Bréfritari: Jóhannes Halldórsson
Dagsetning: A-1878-02-04
Skrifað á: Vesturheimi

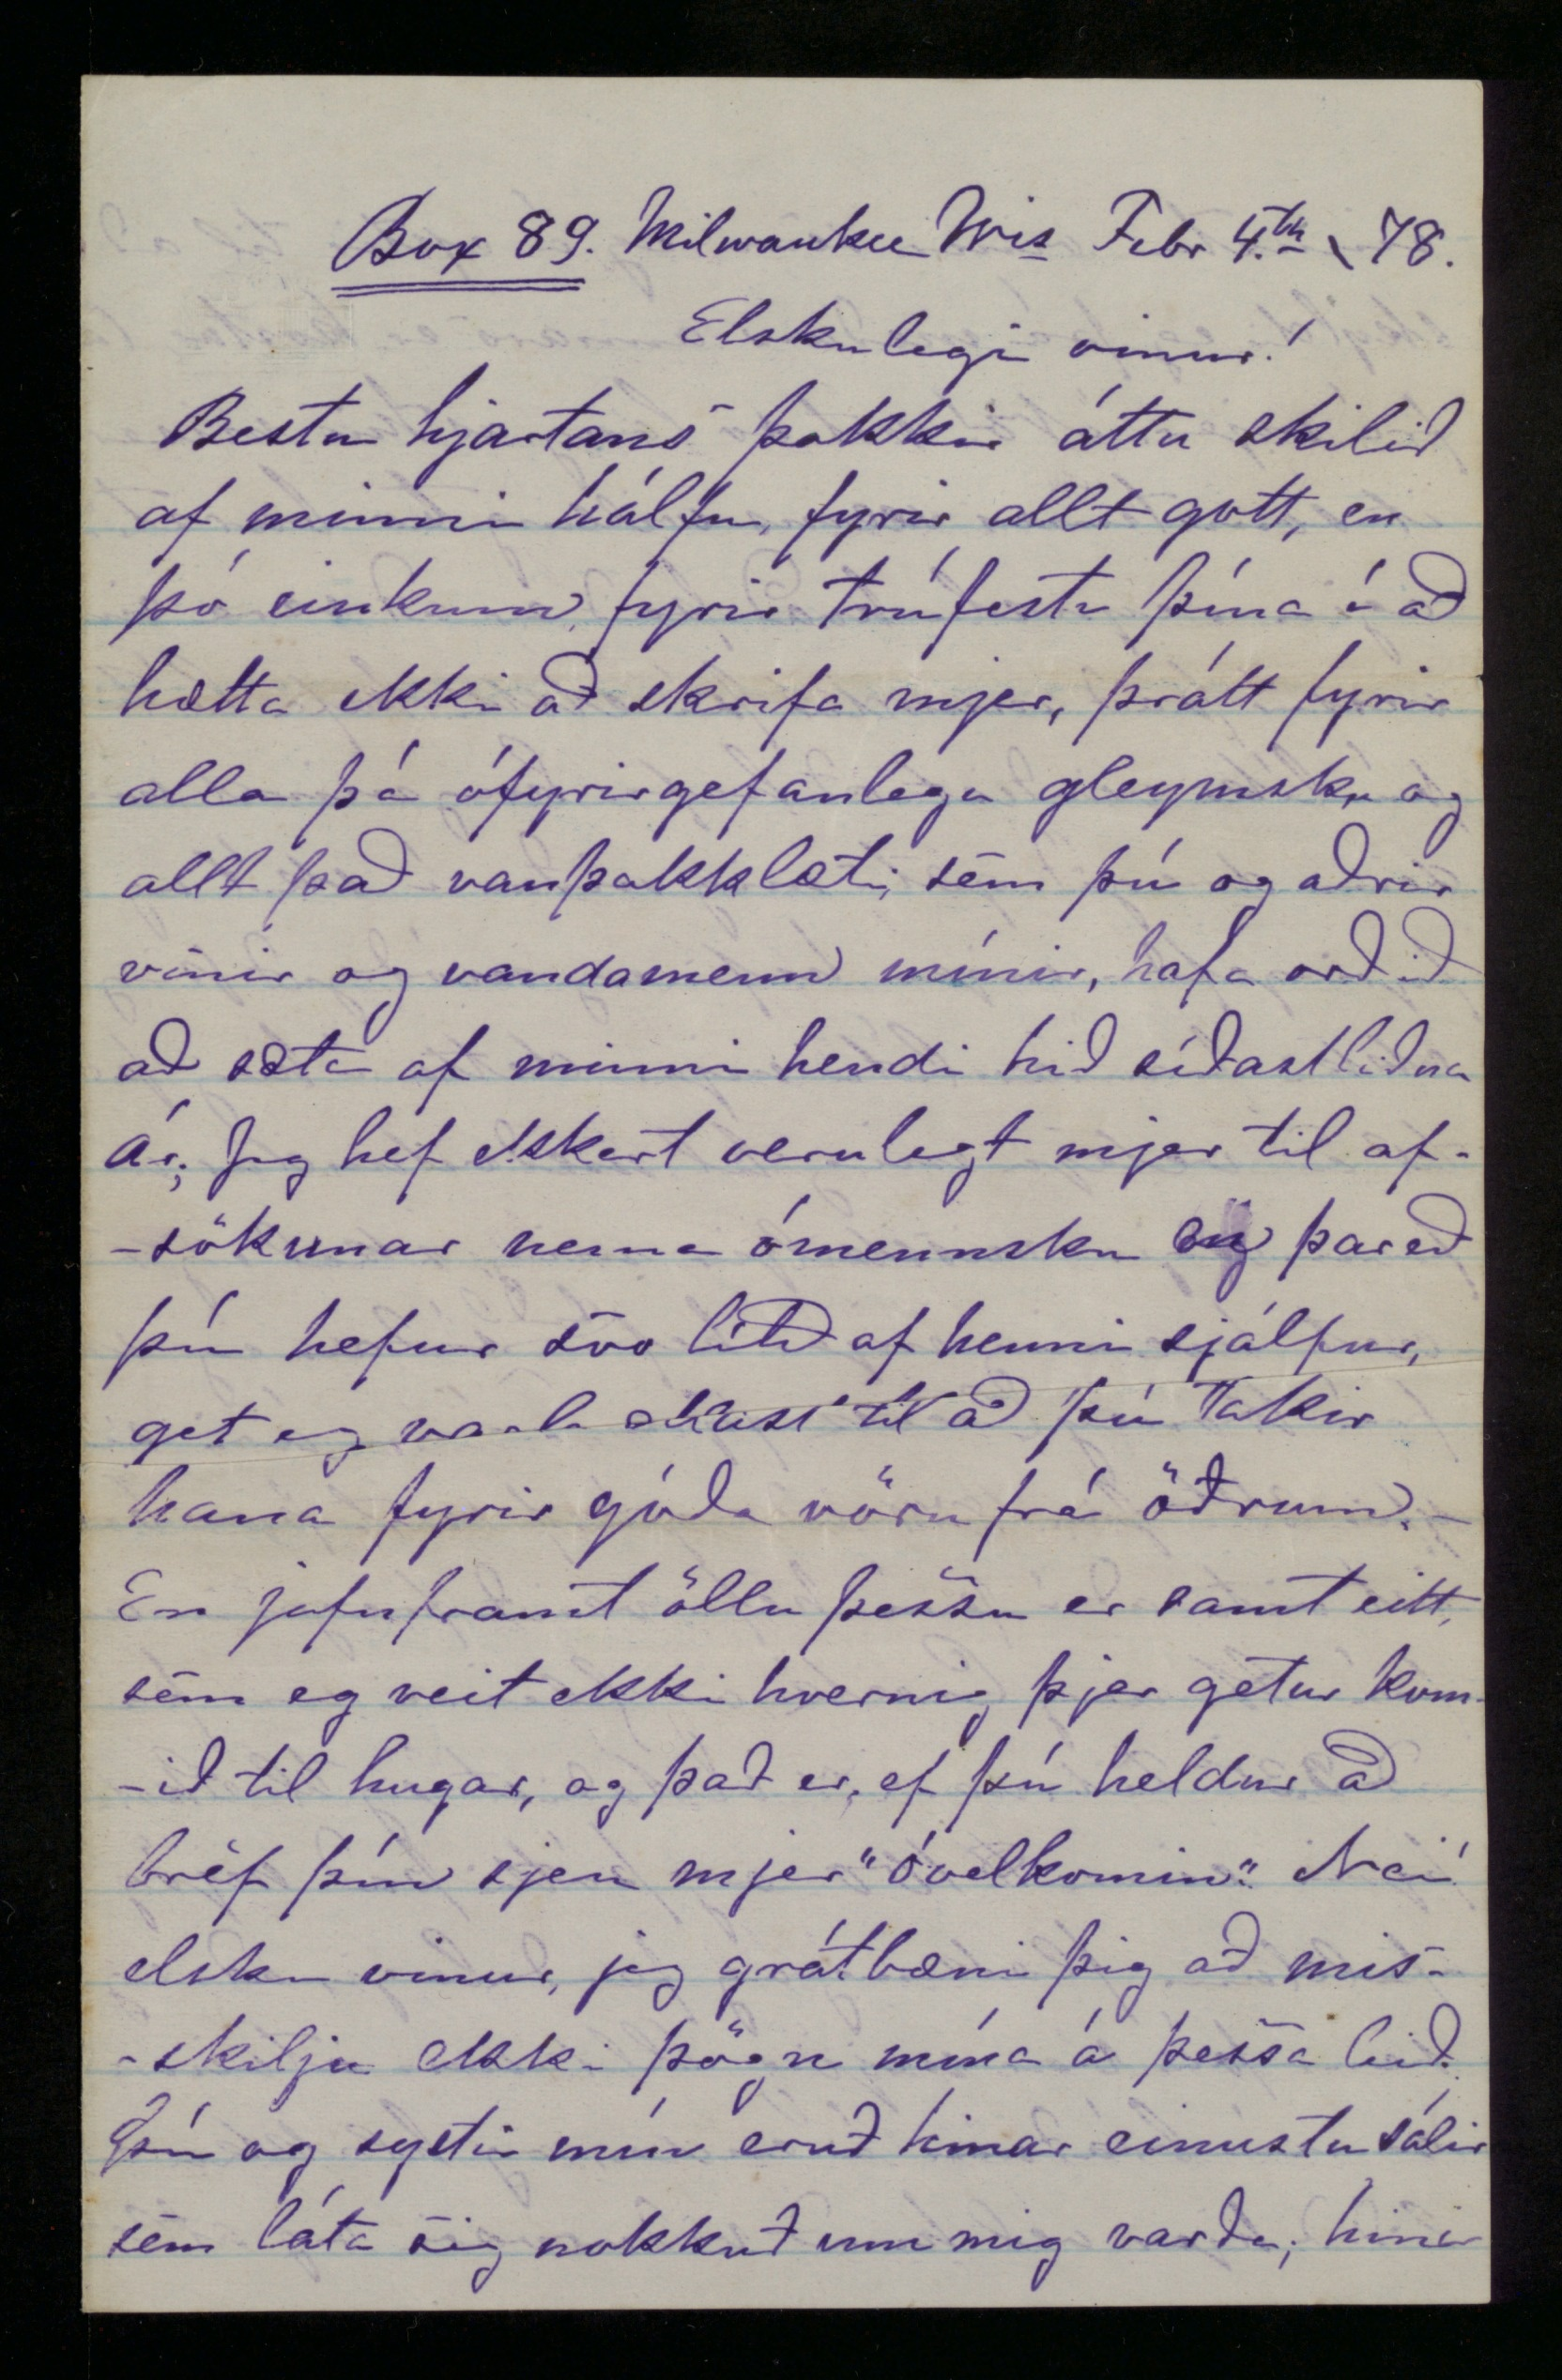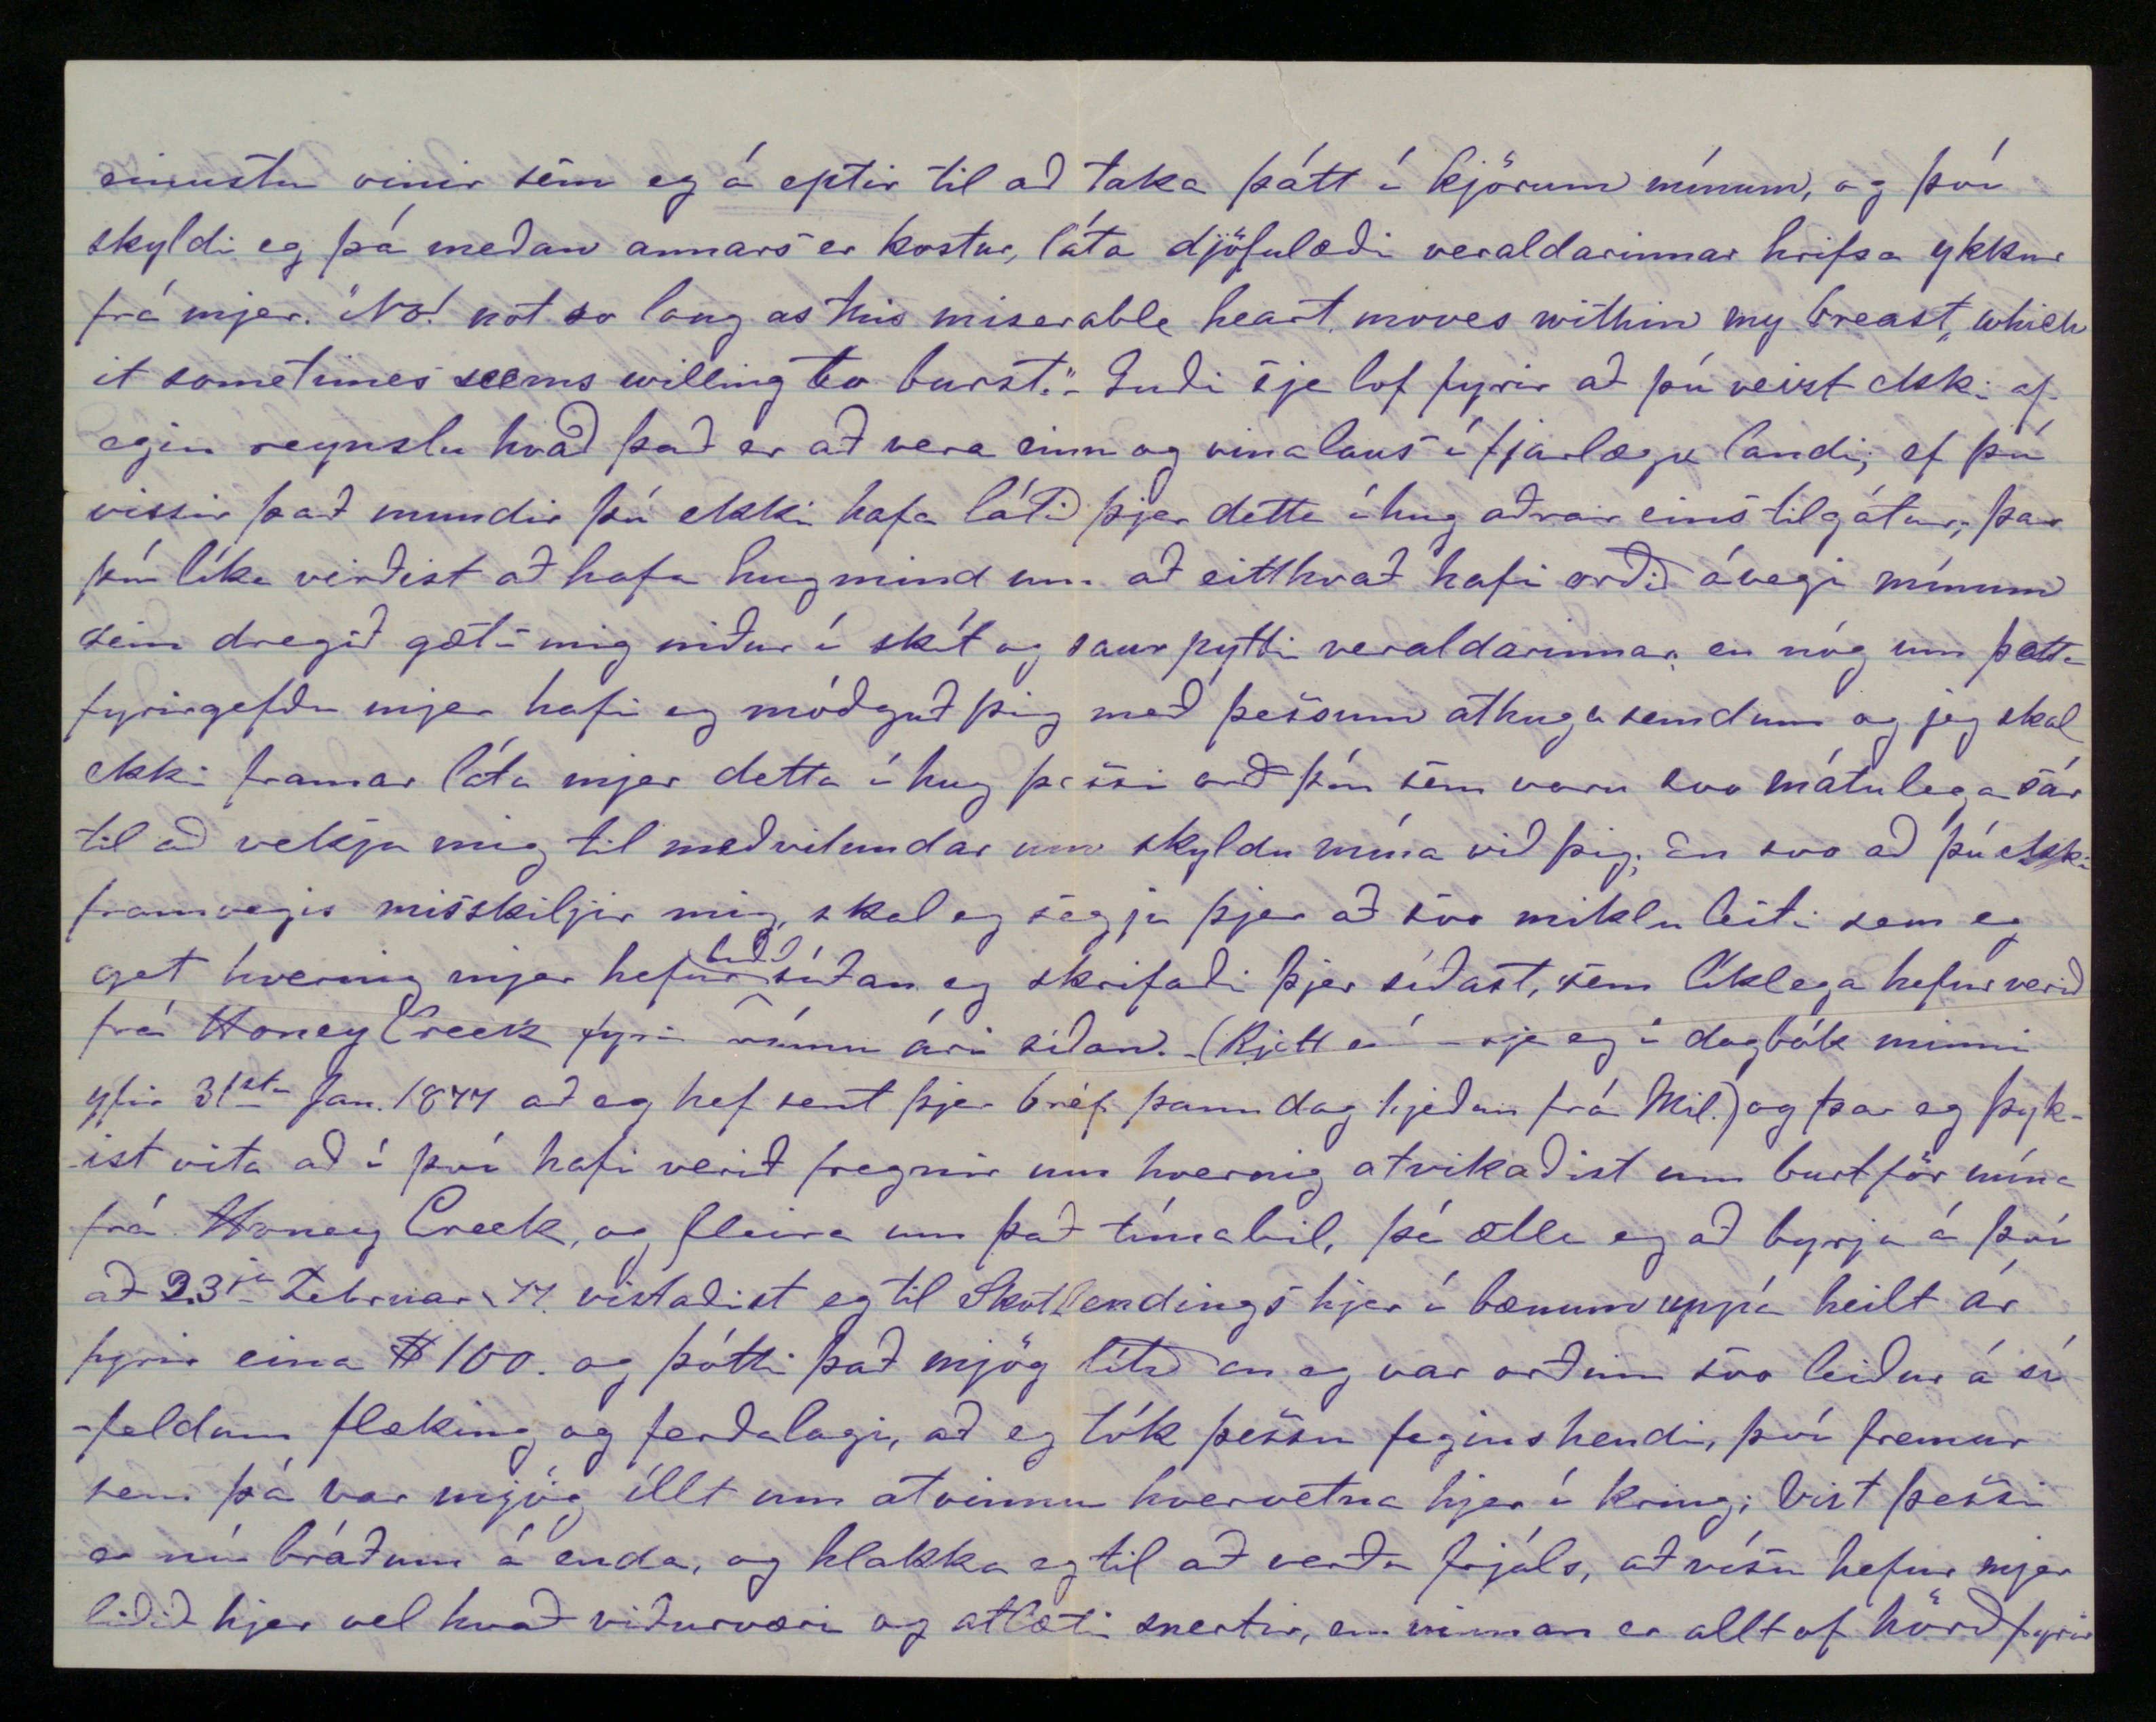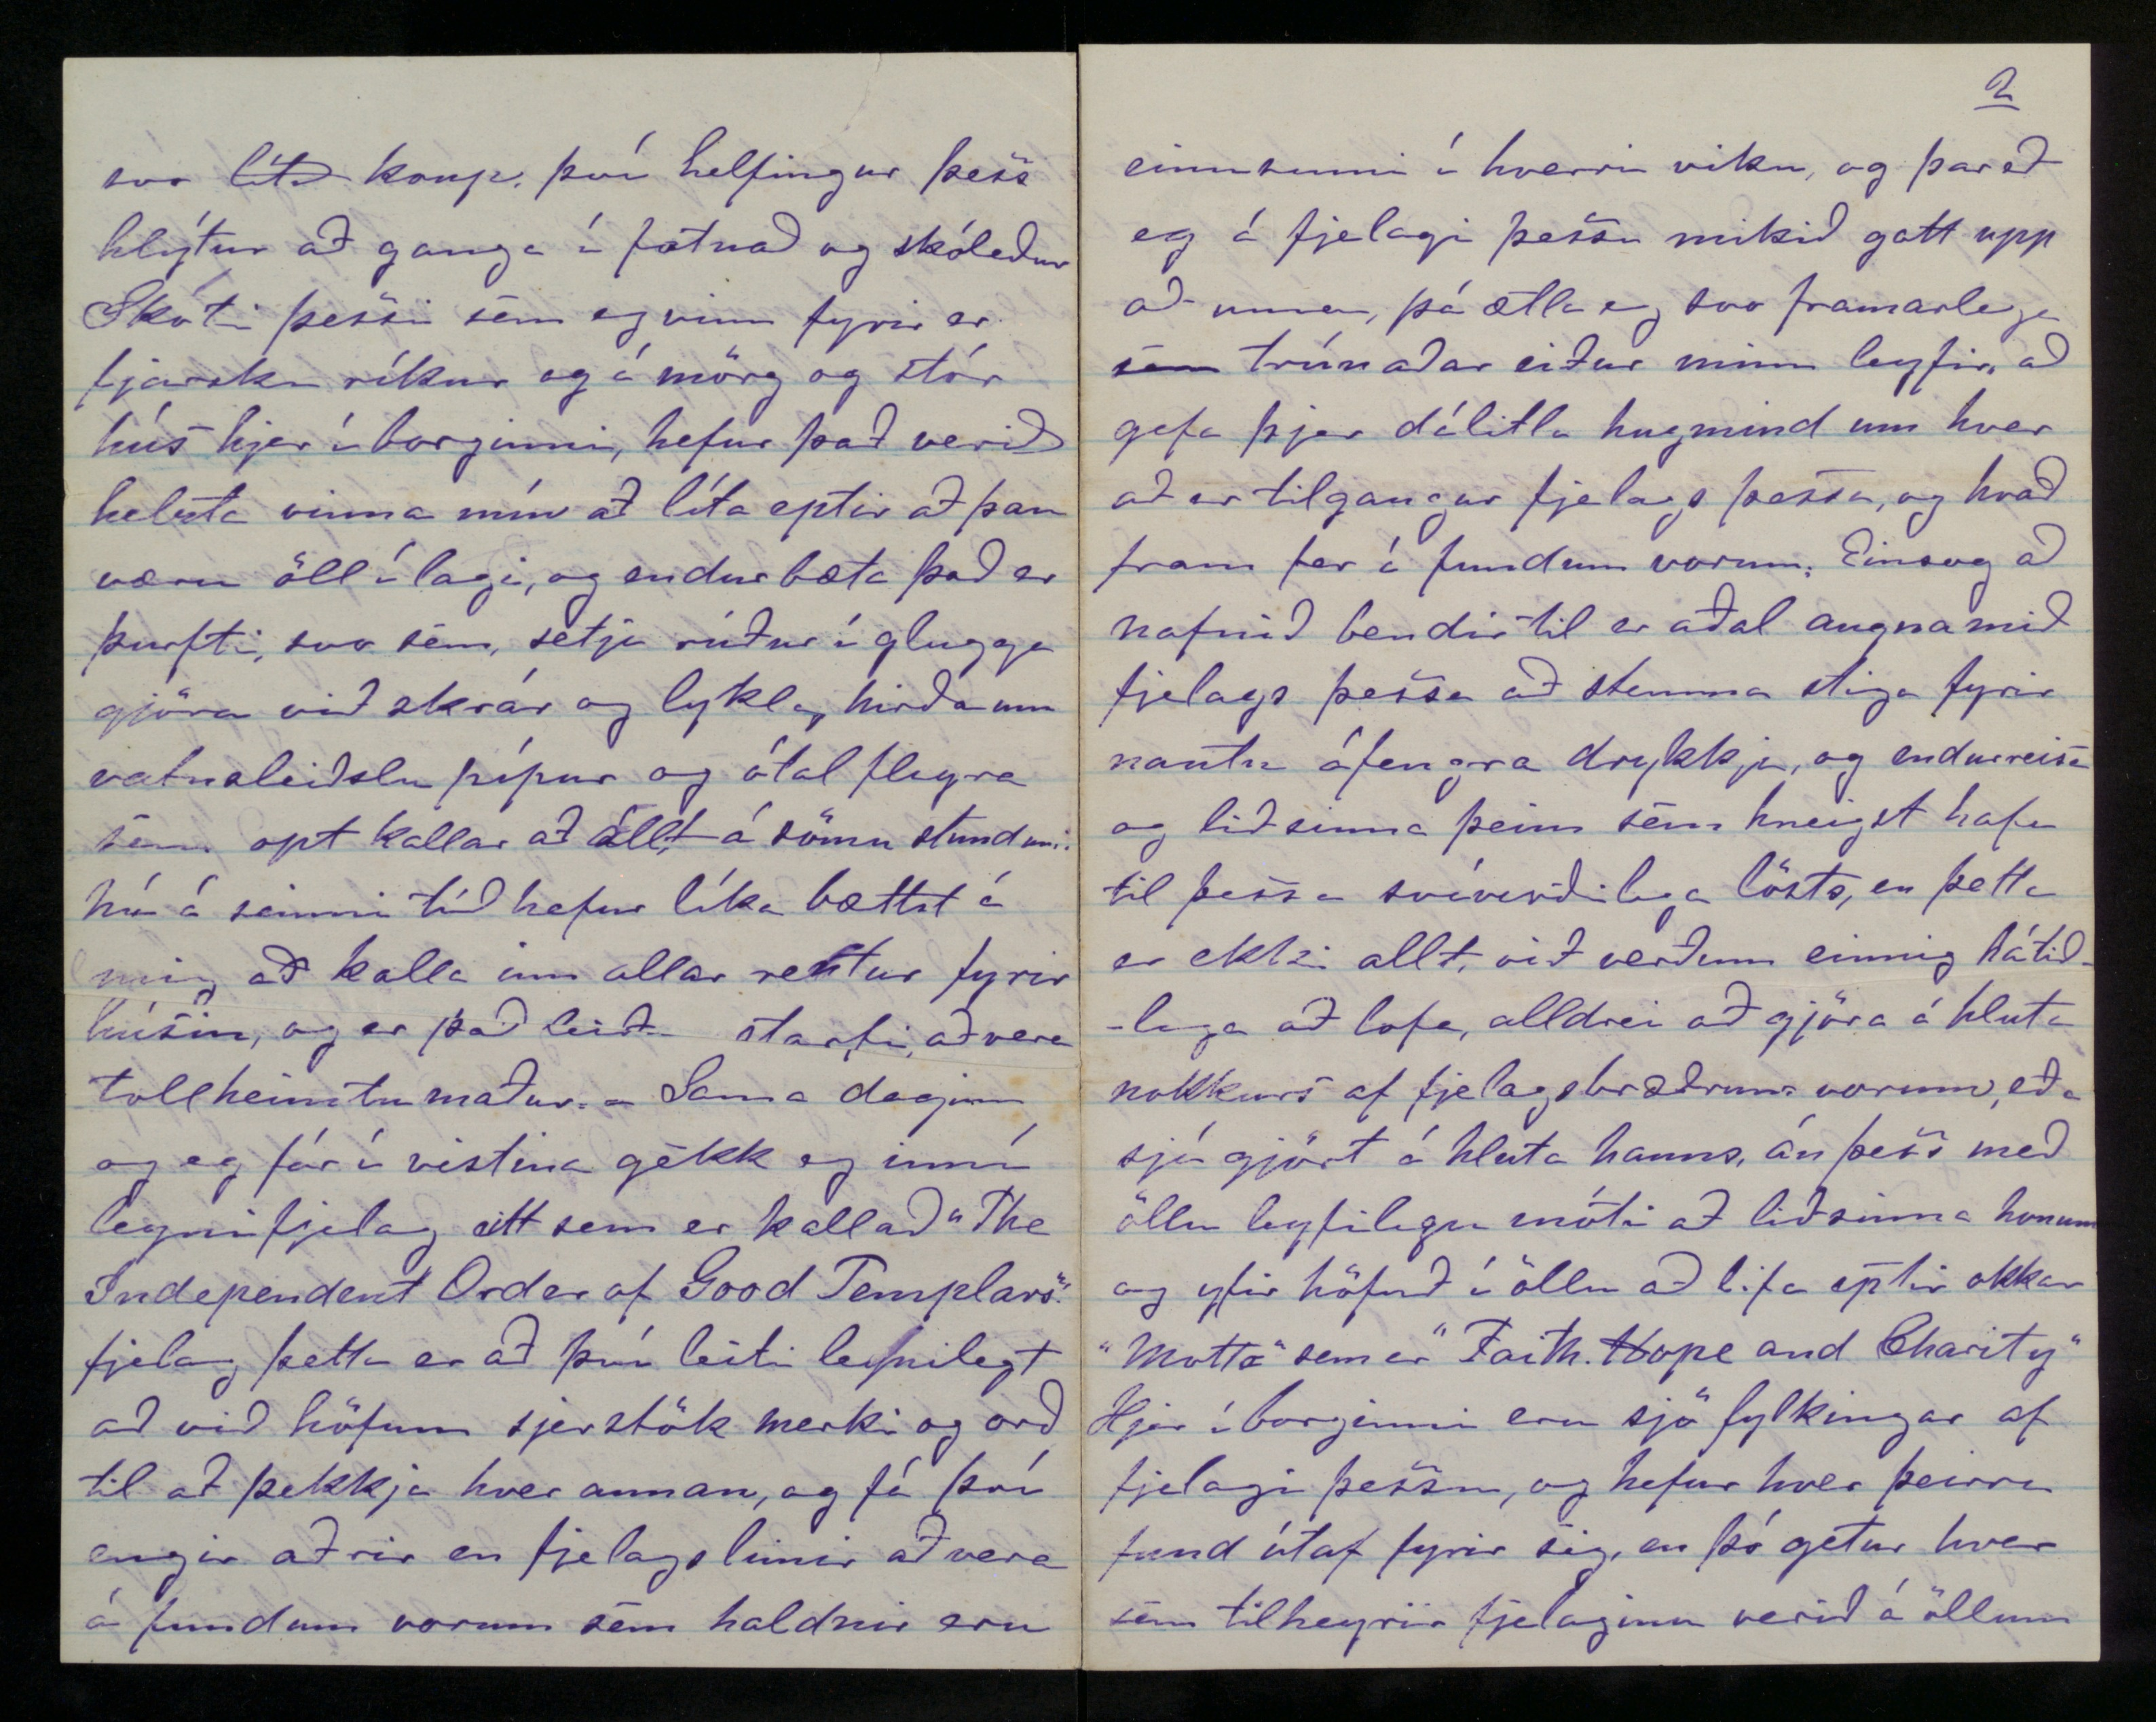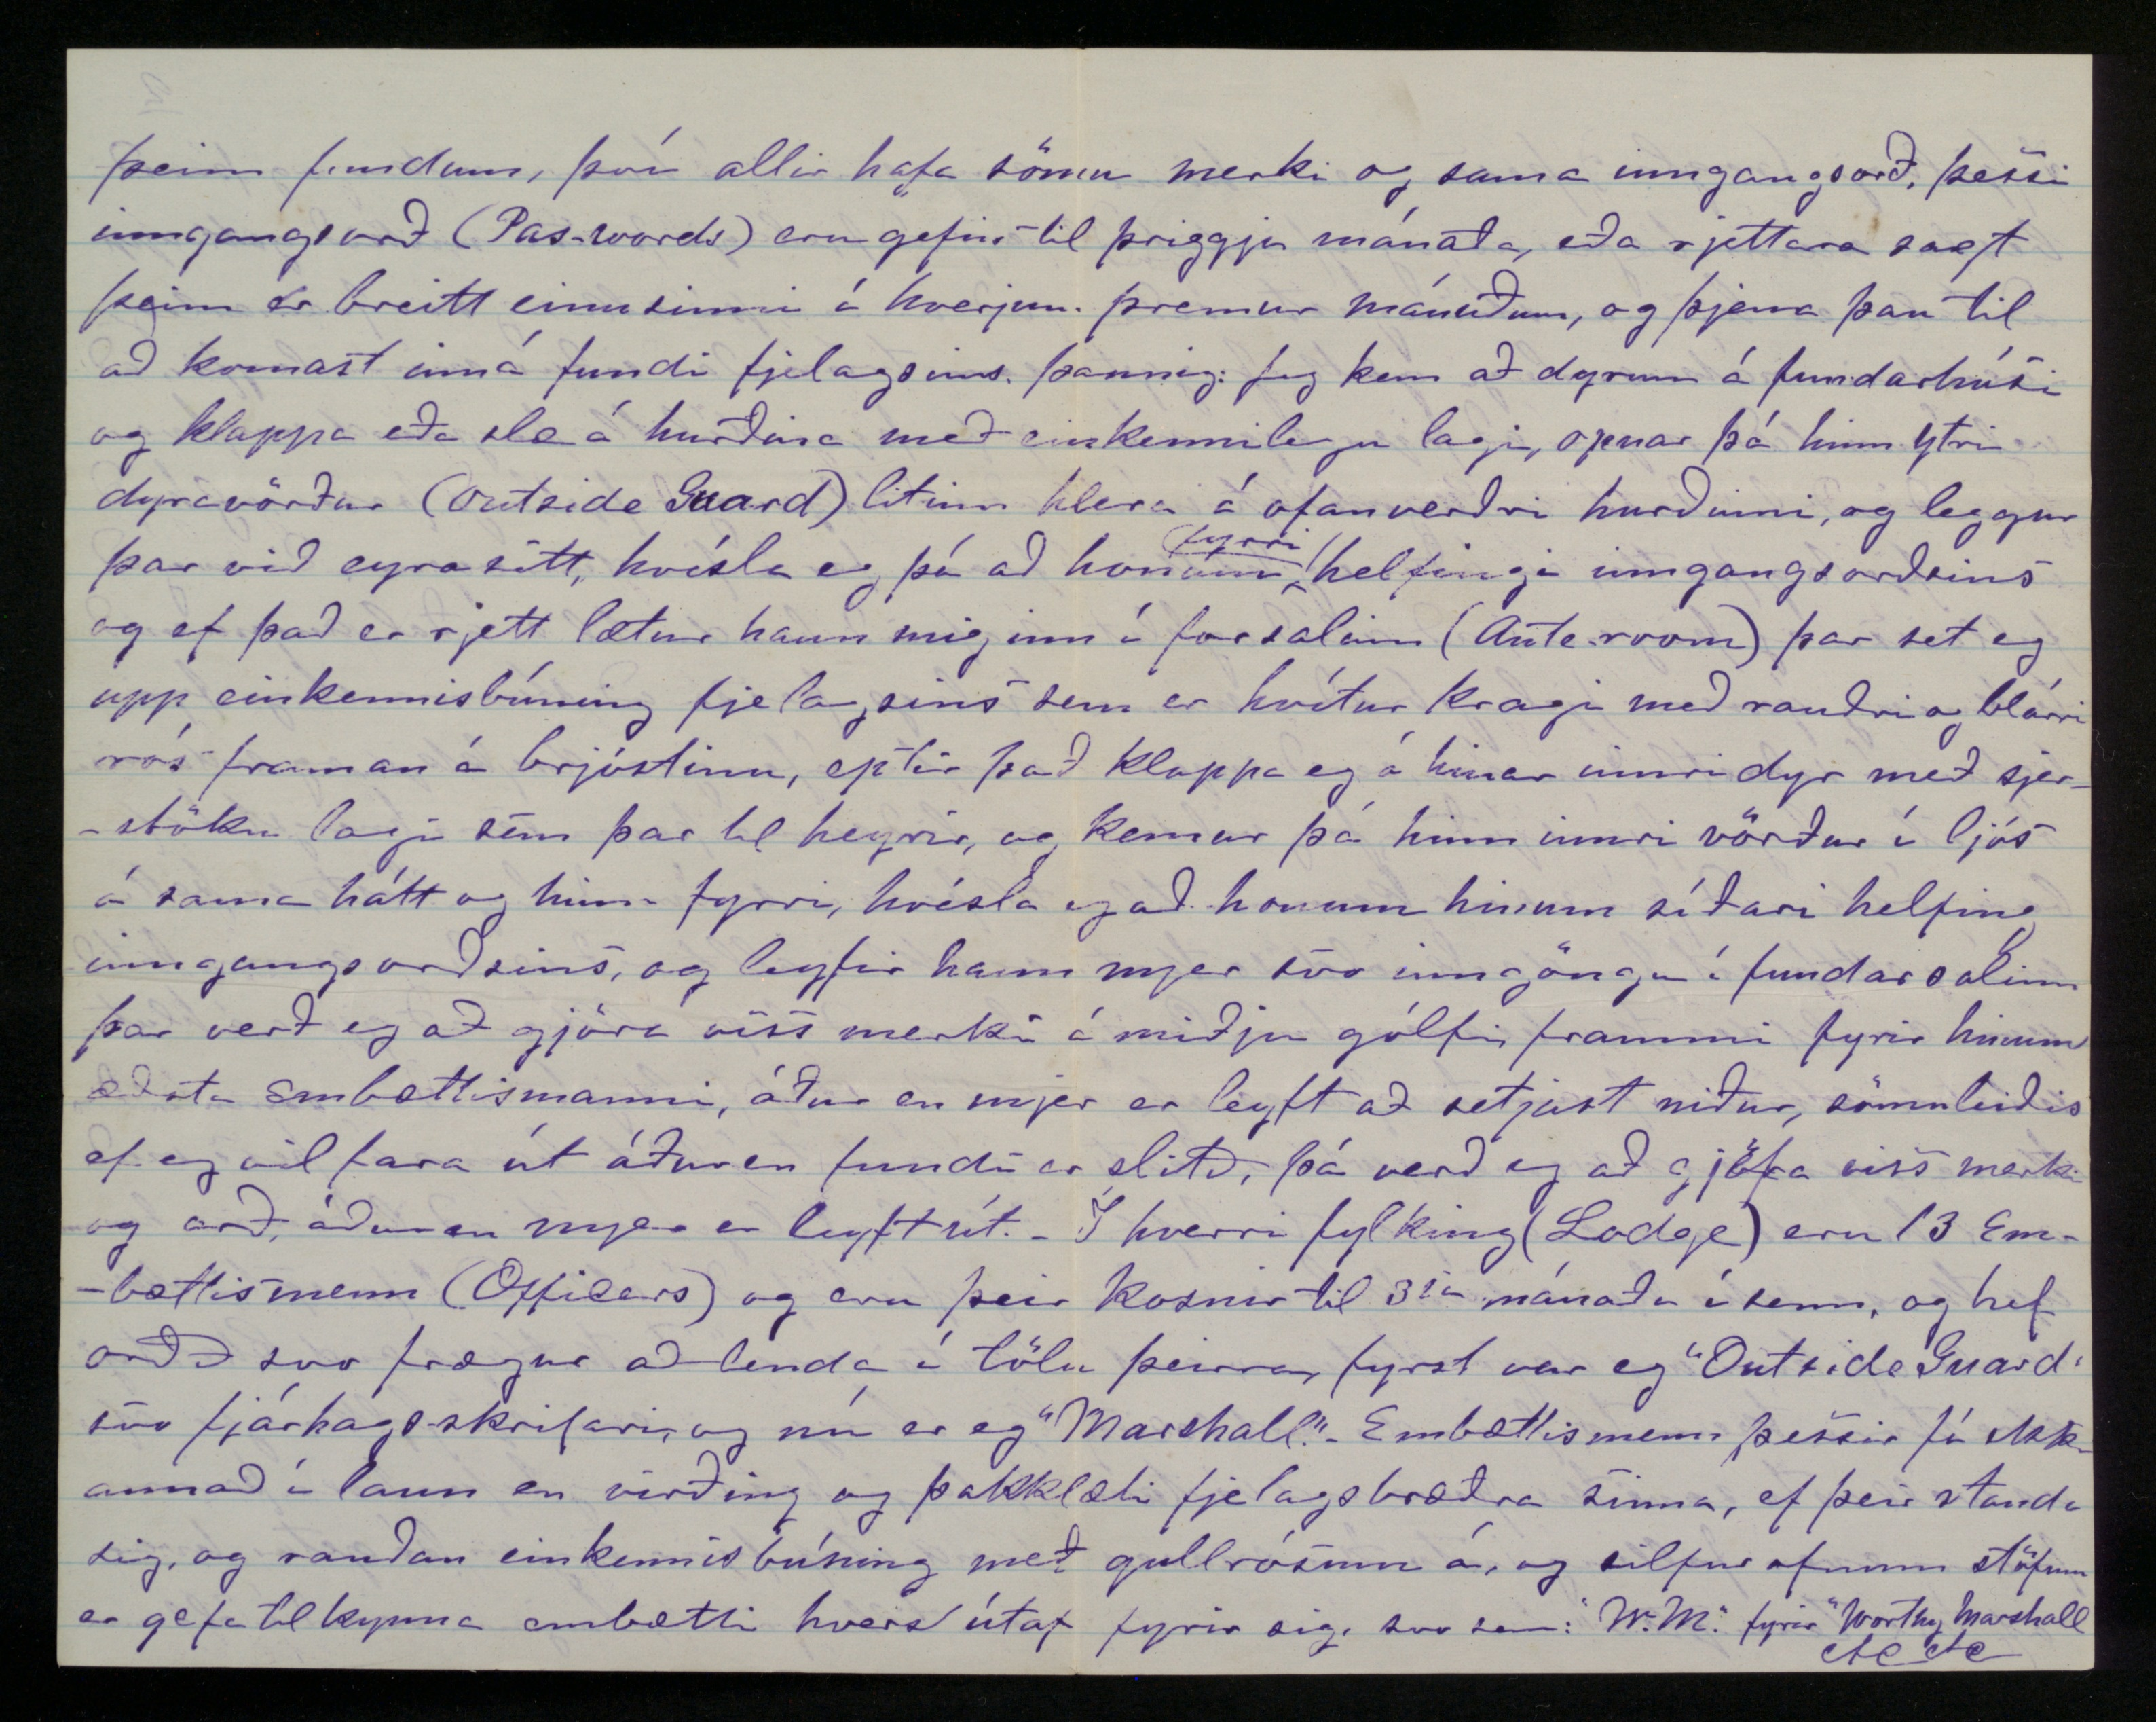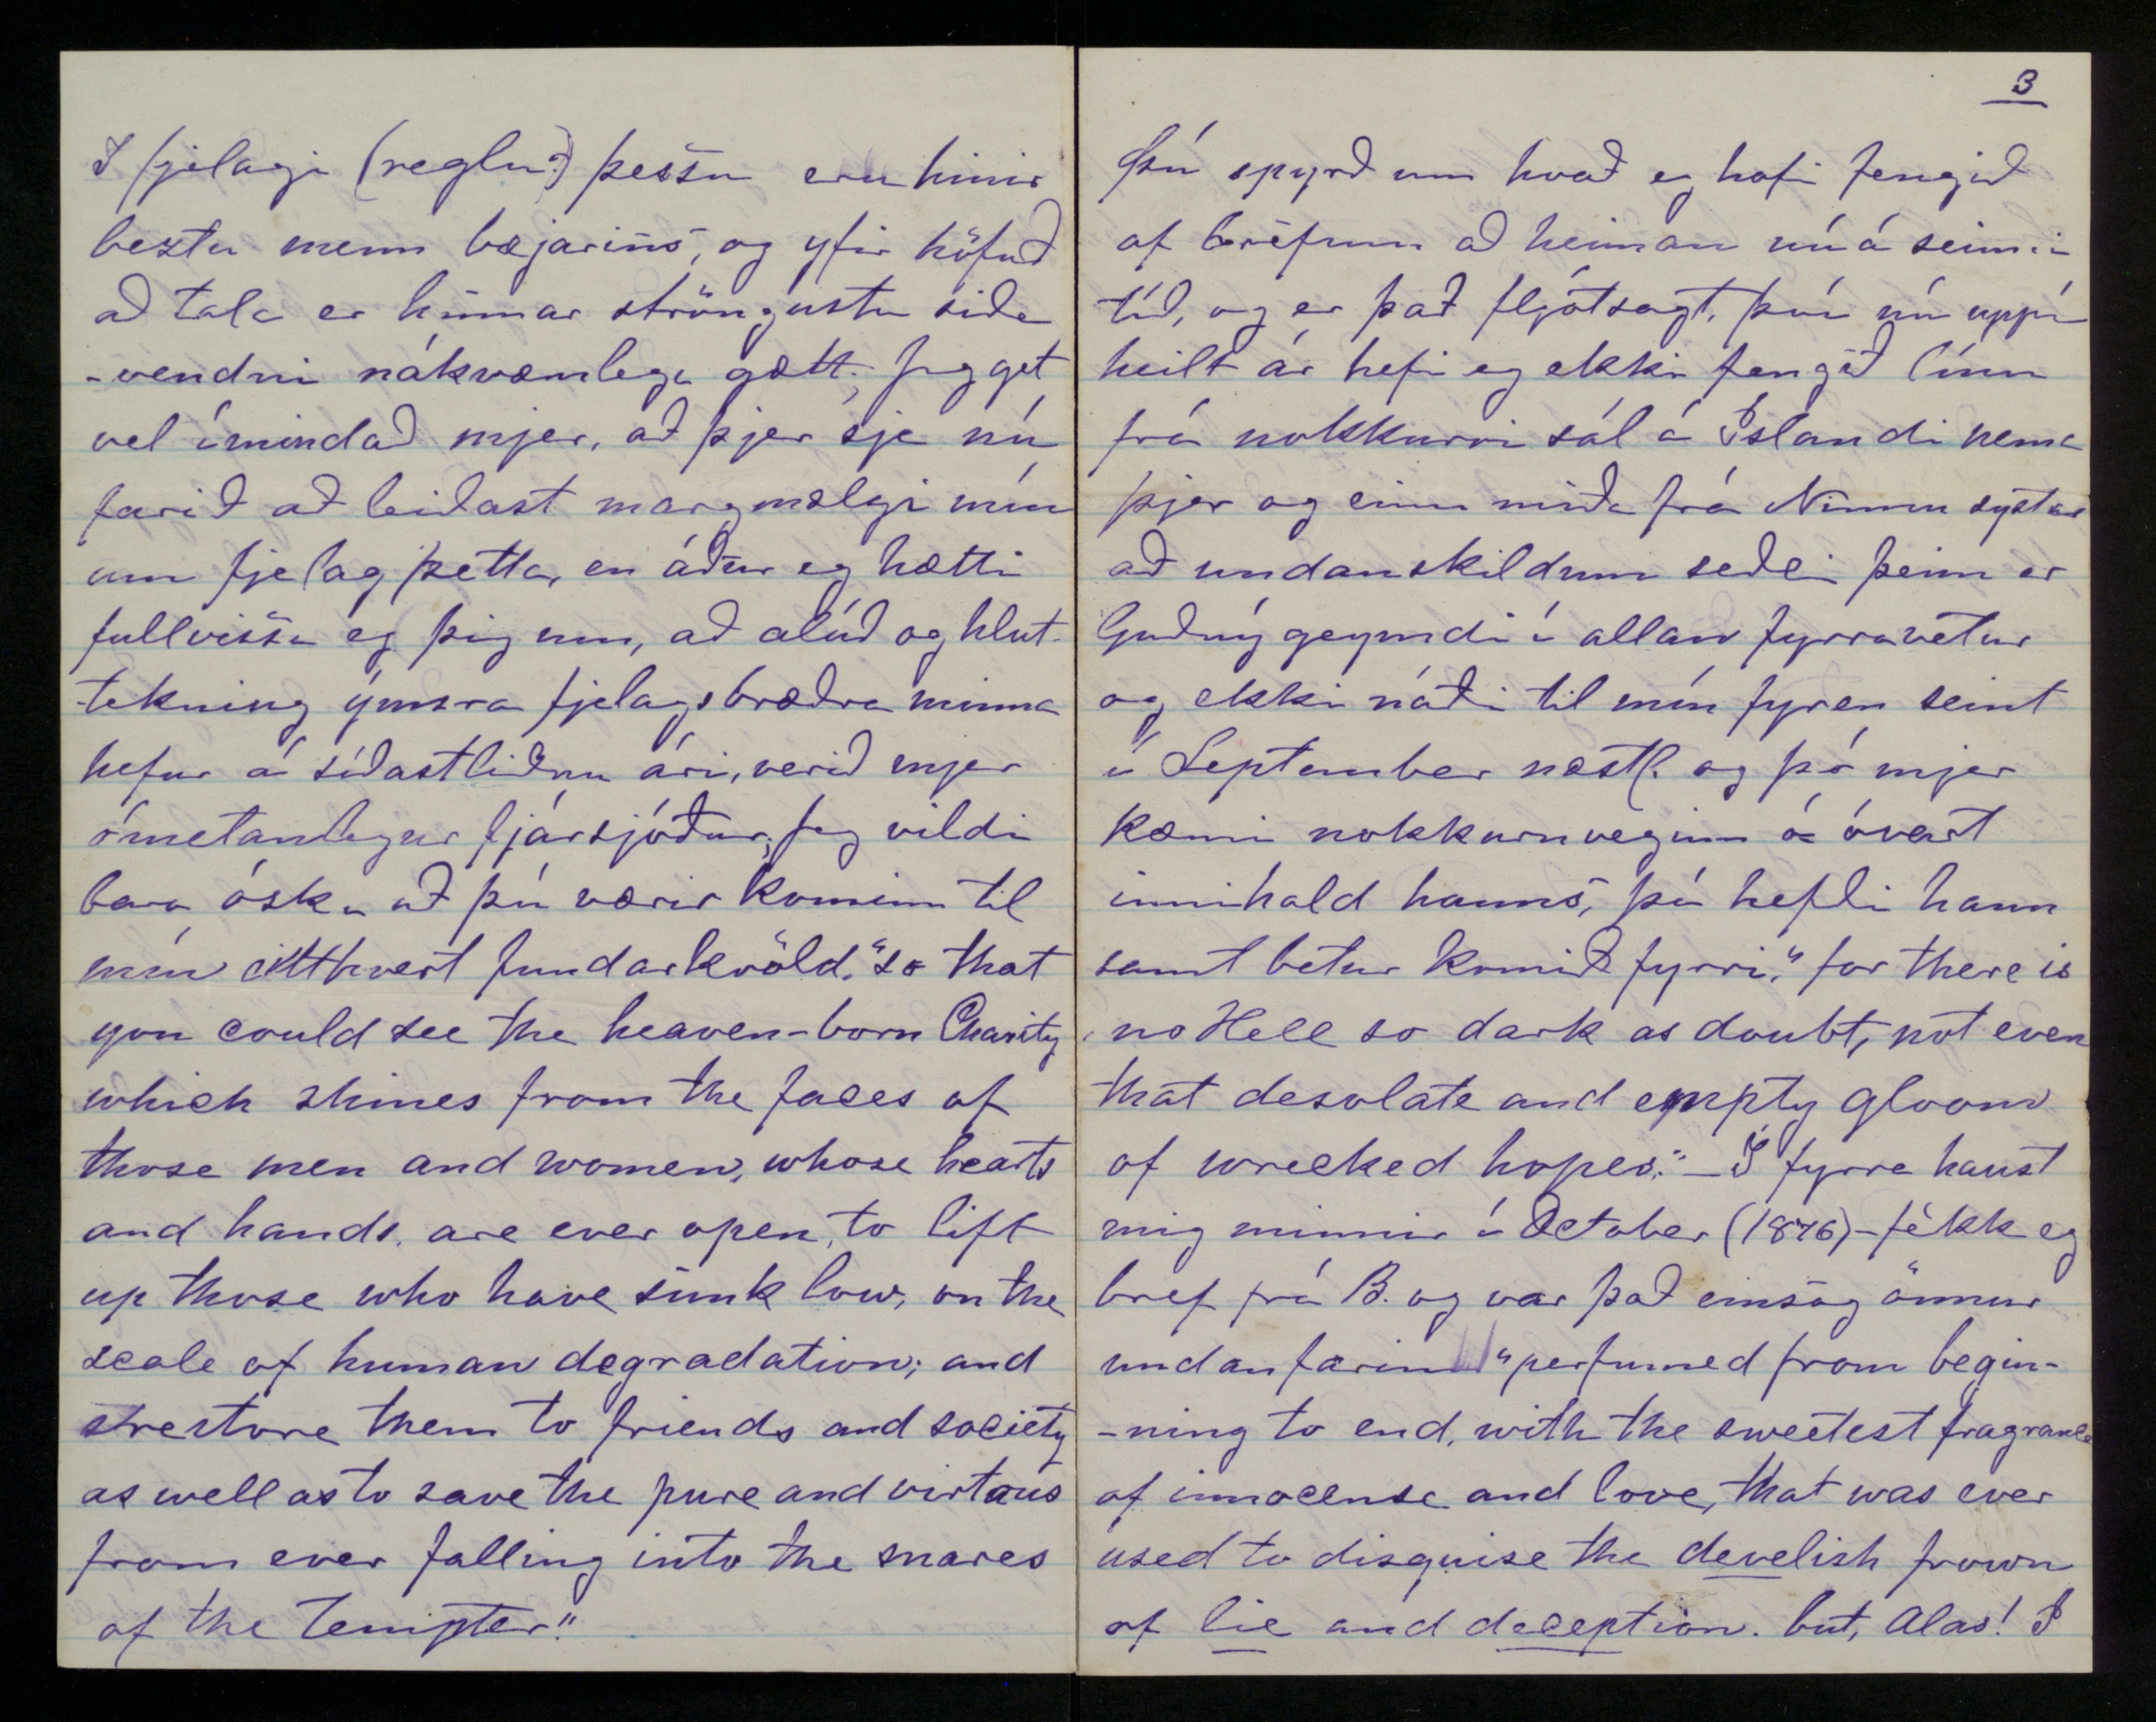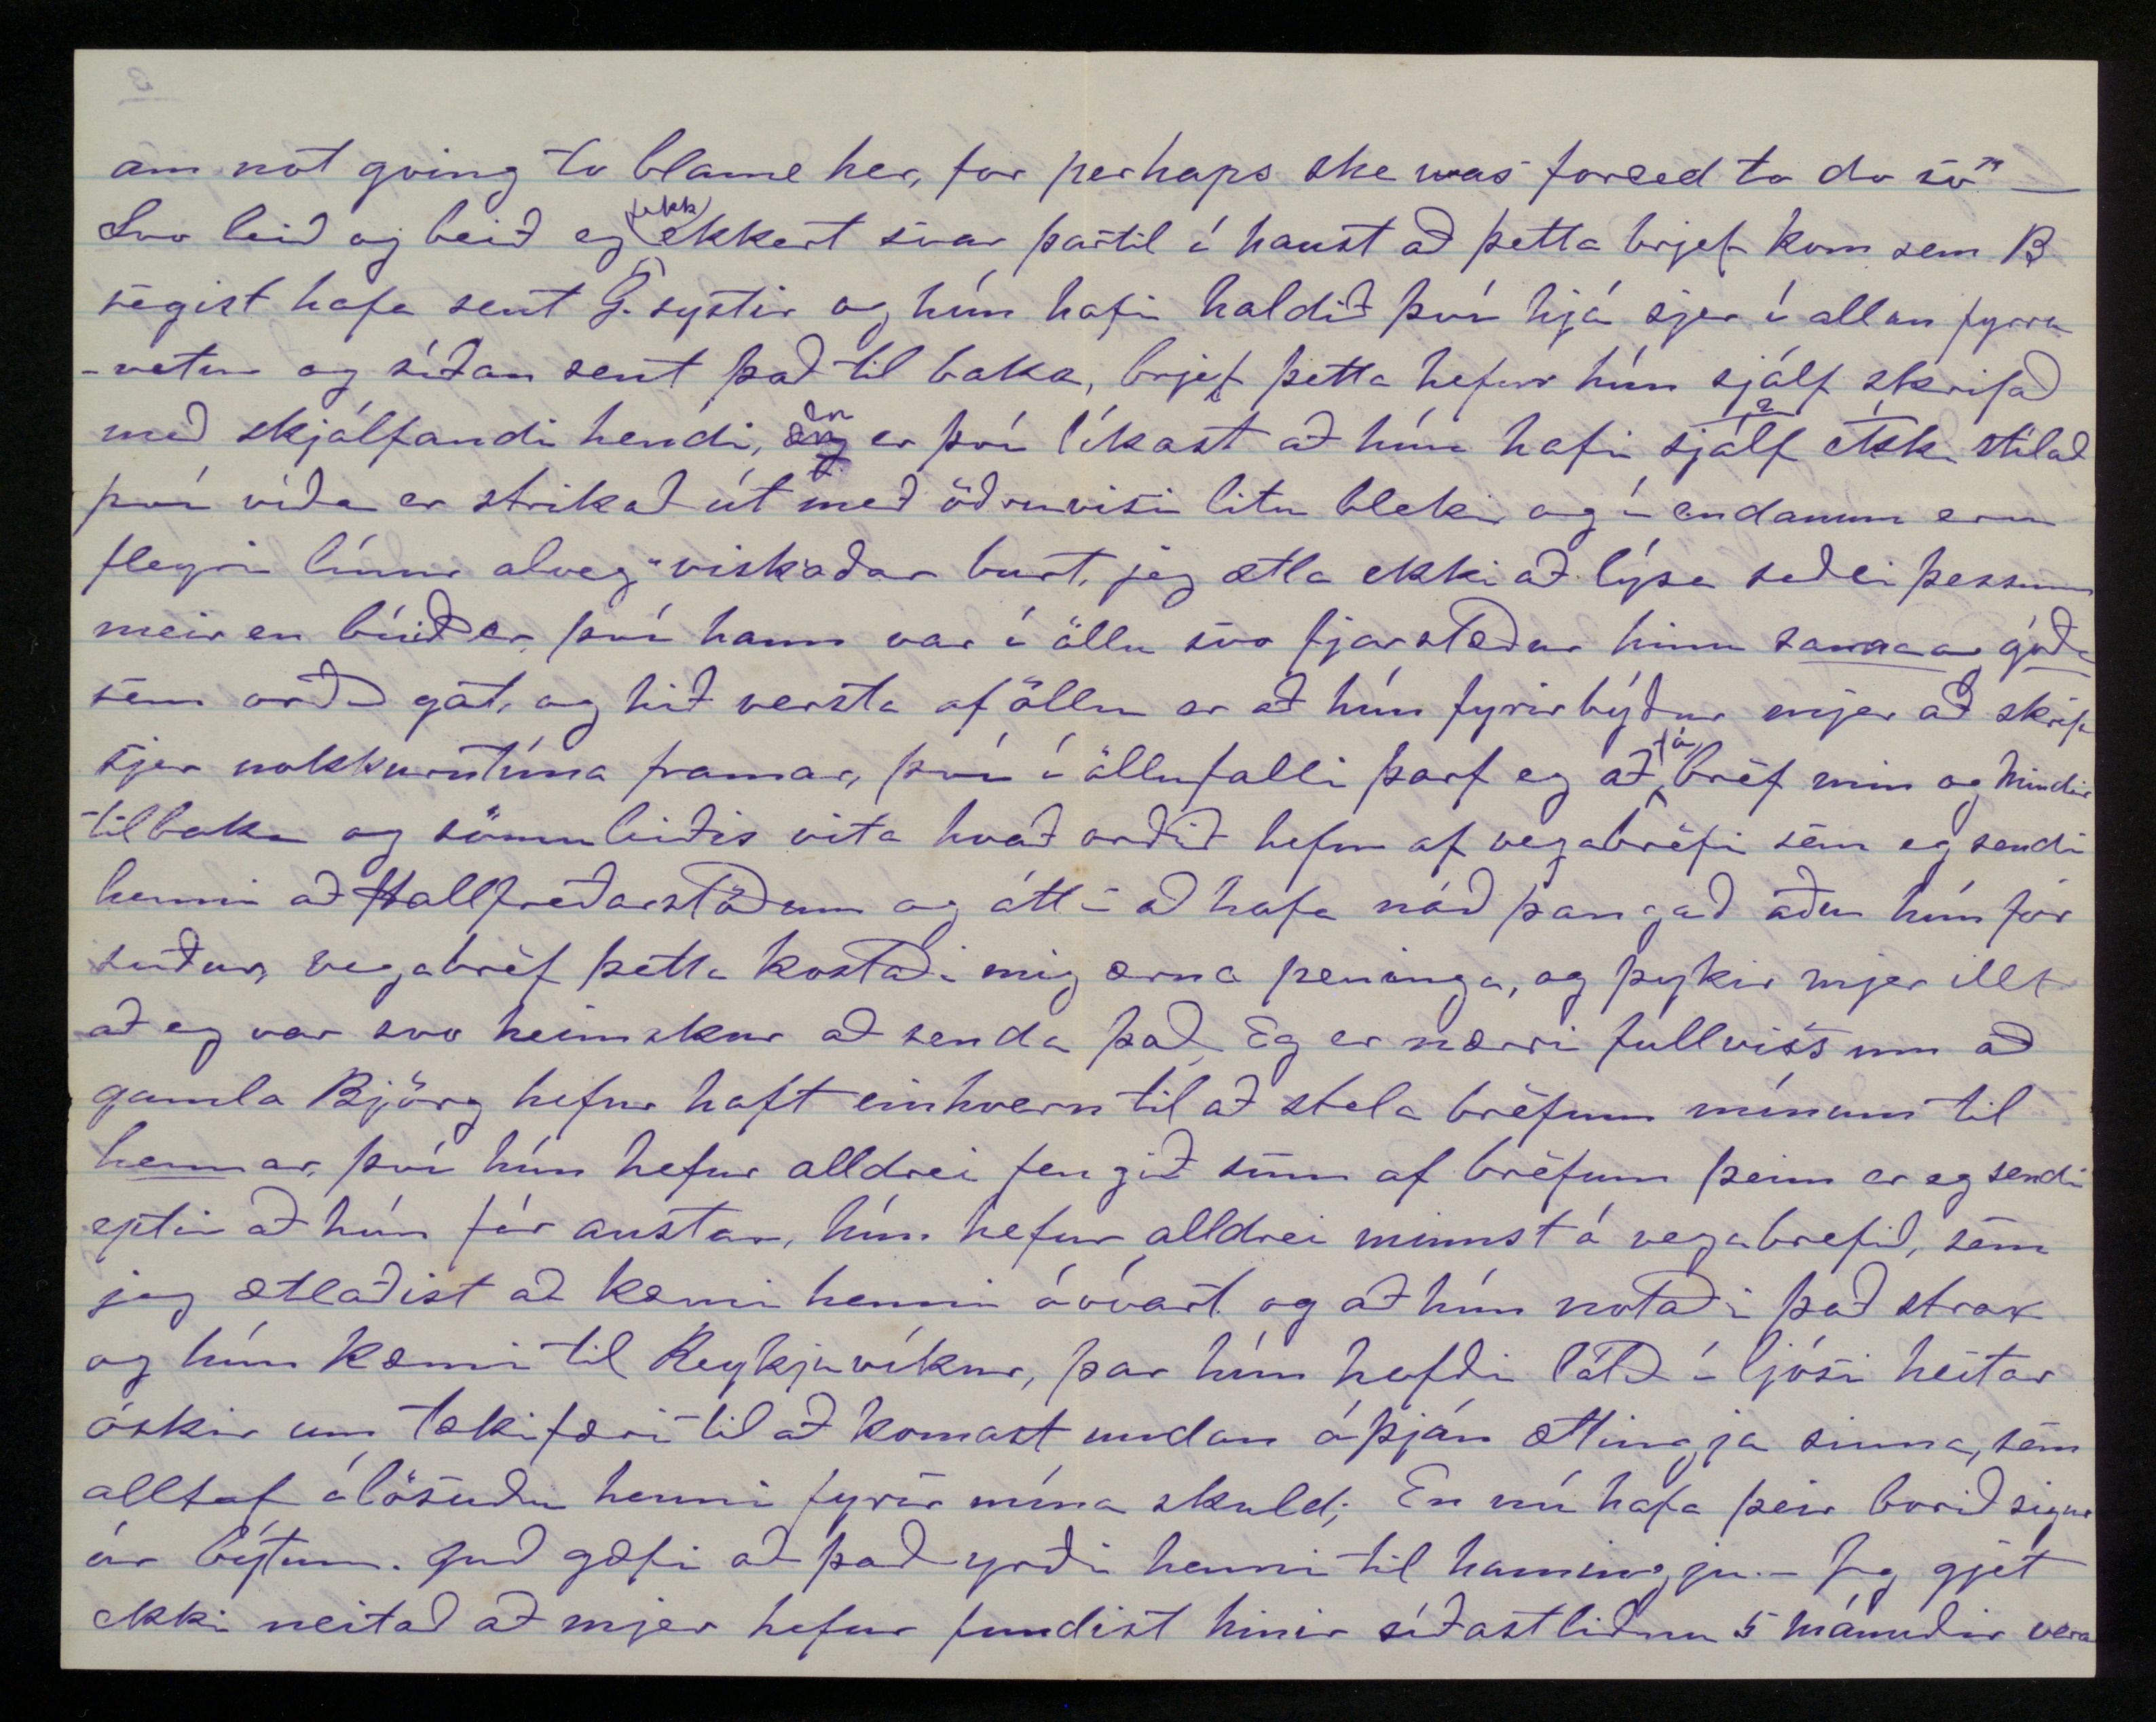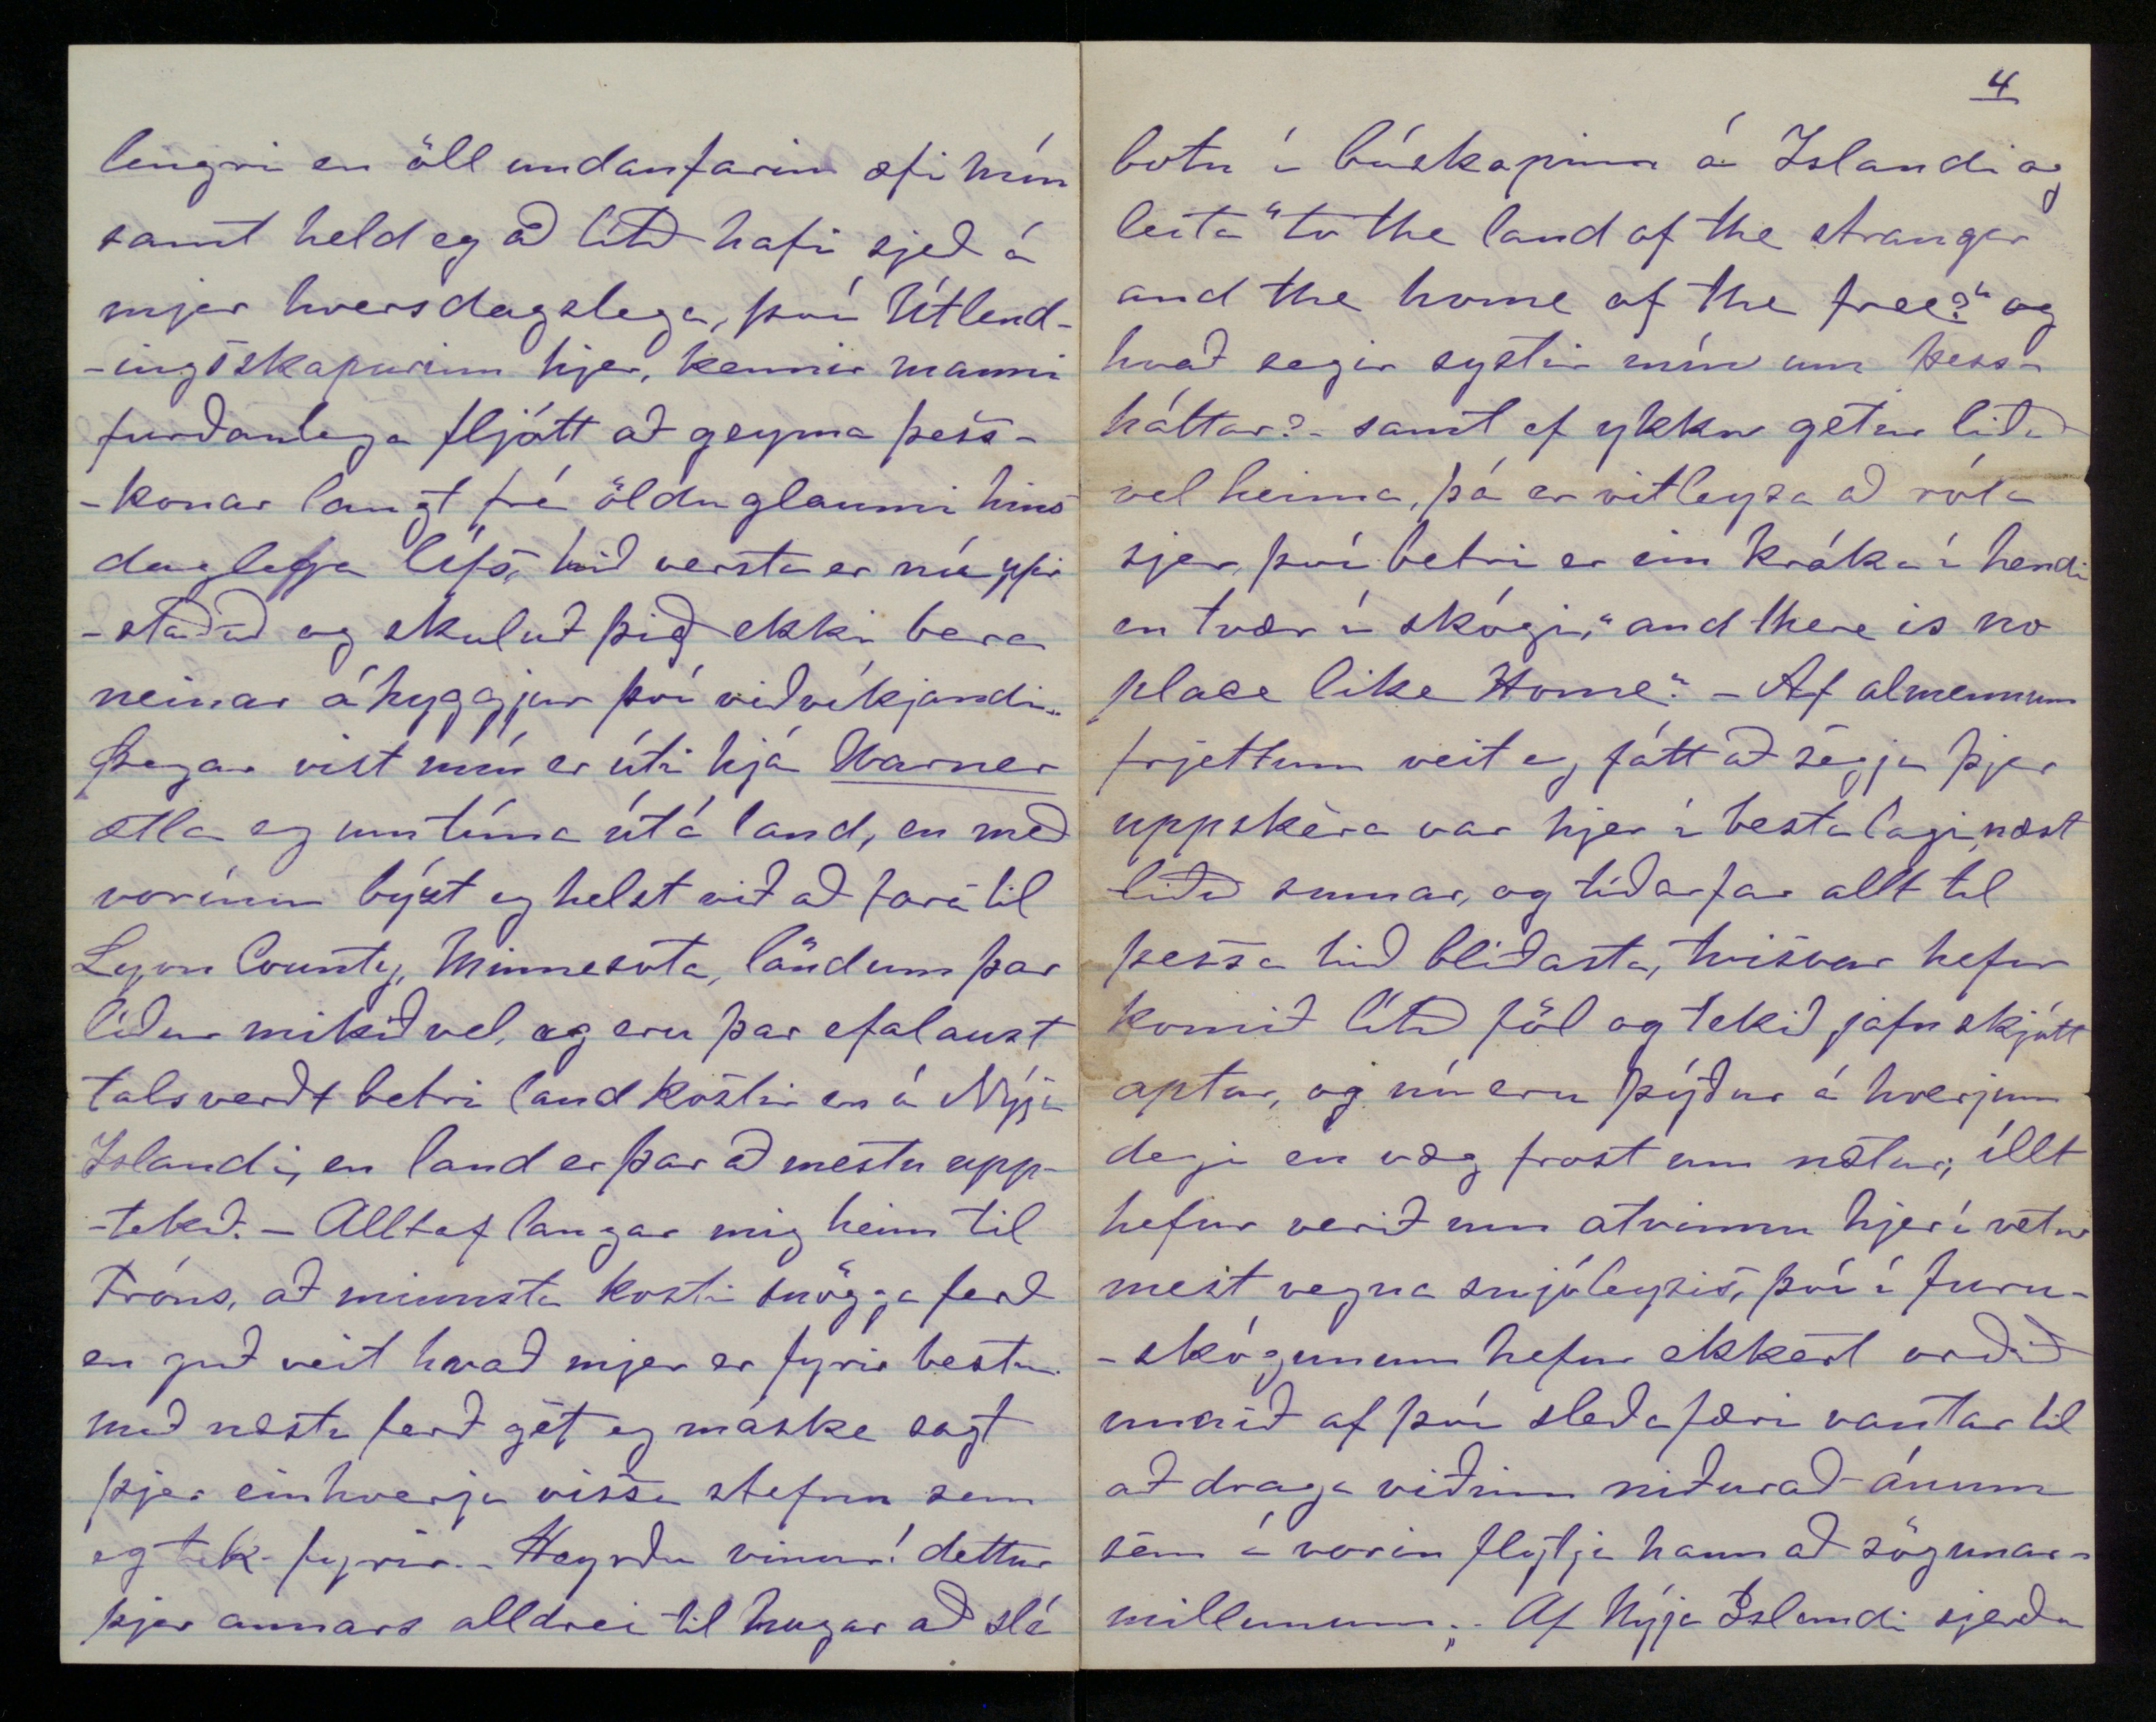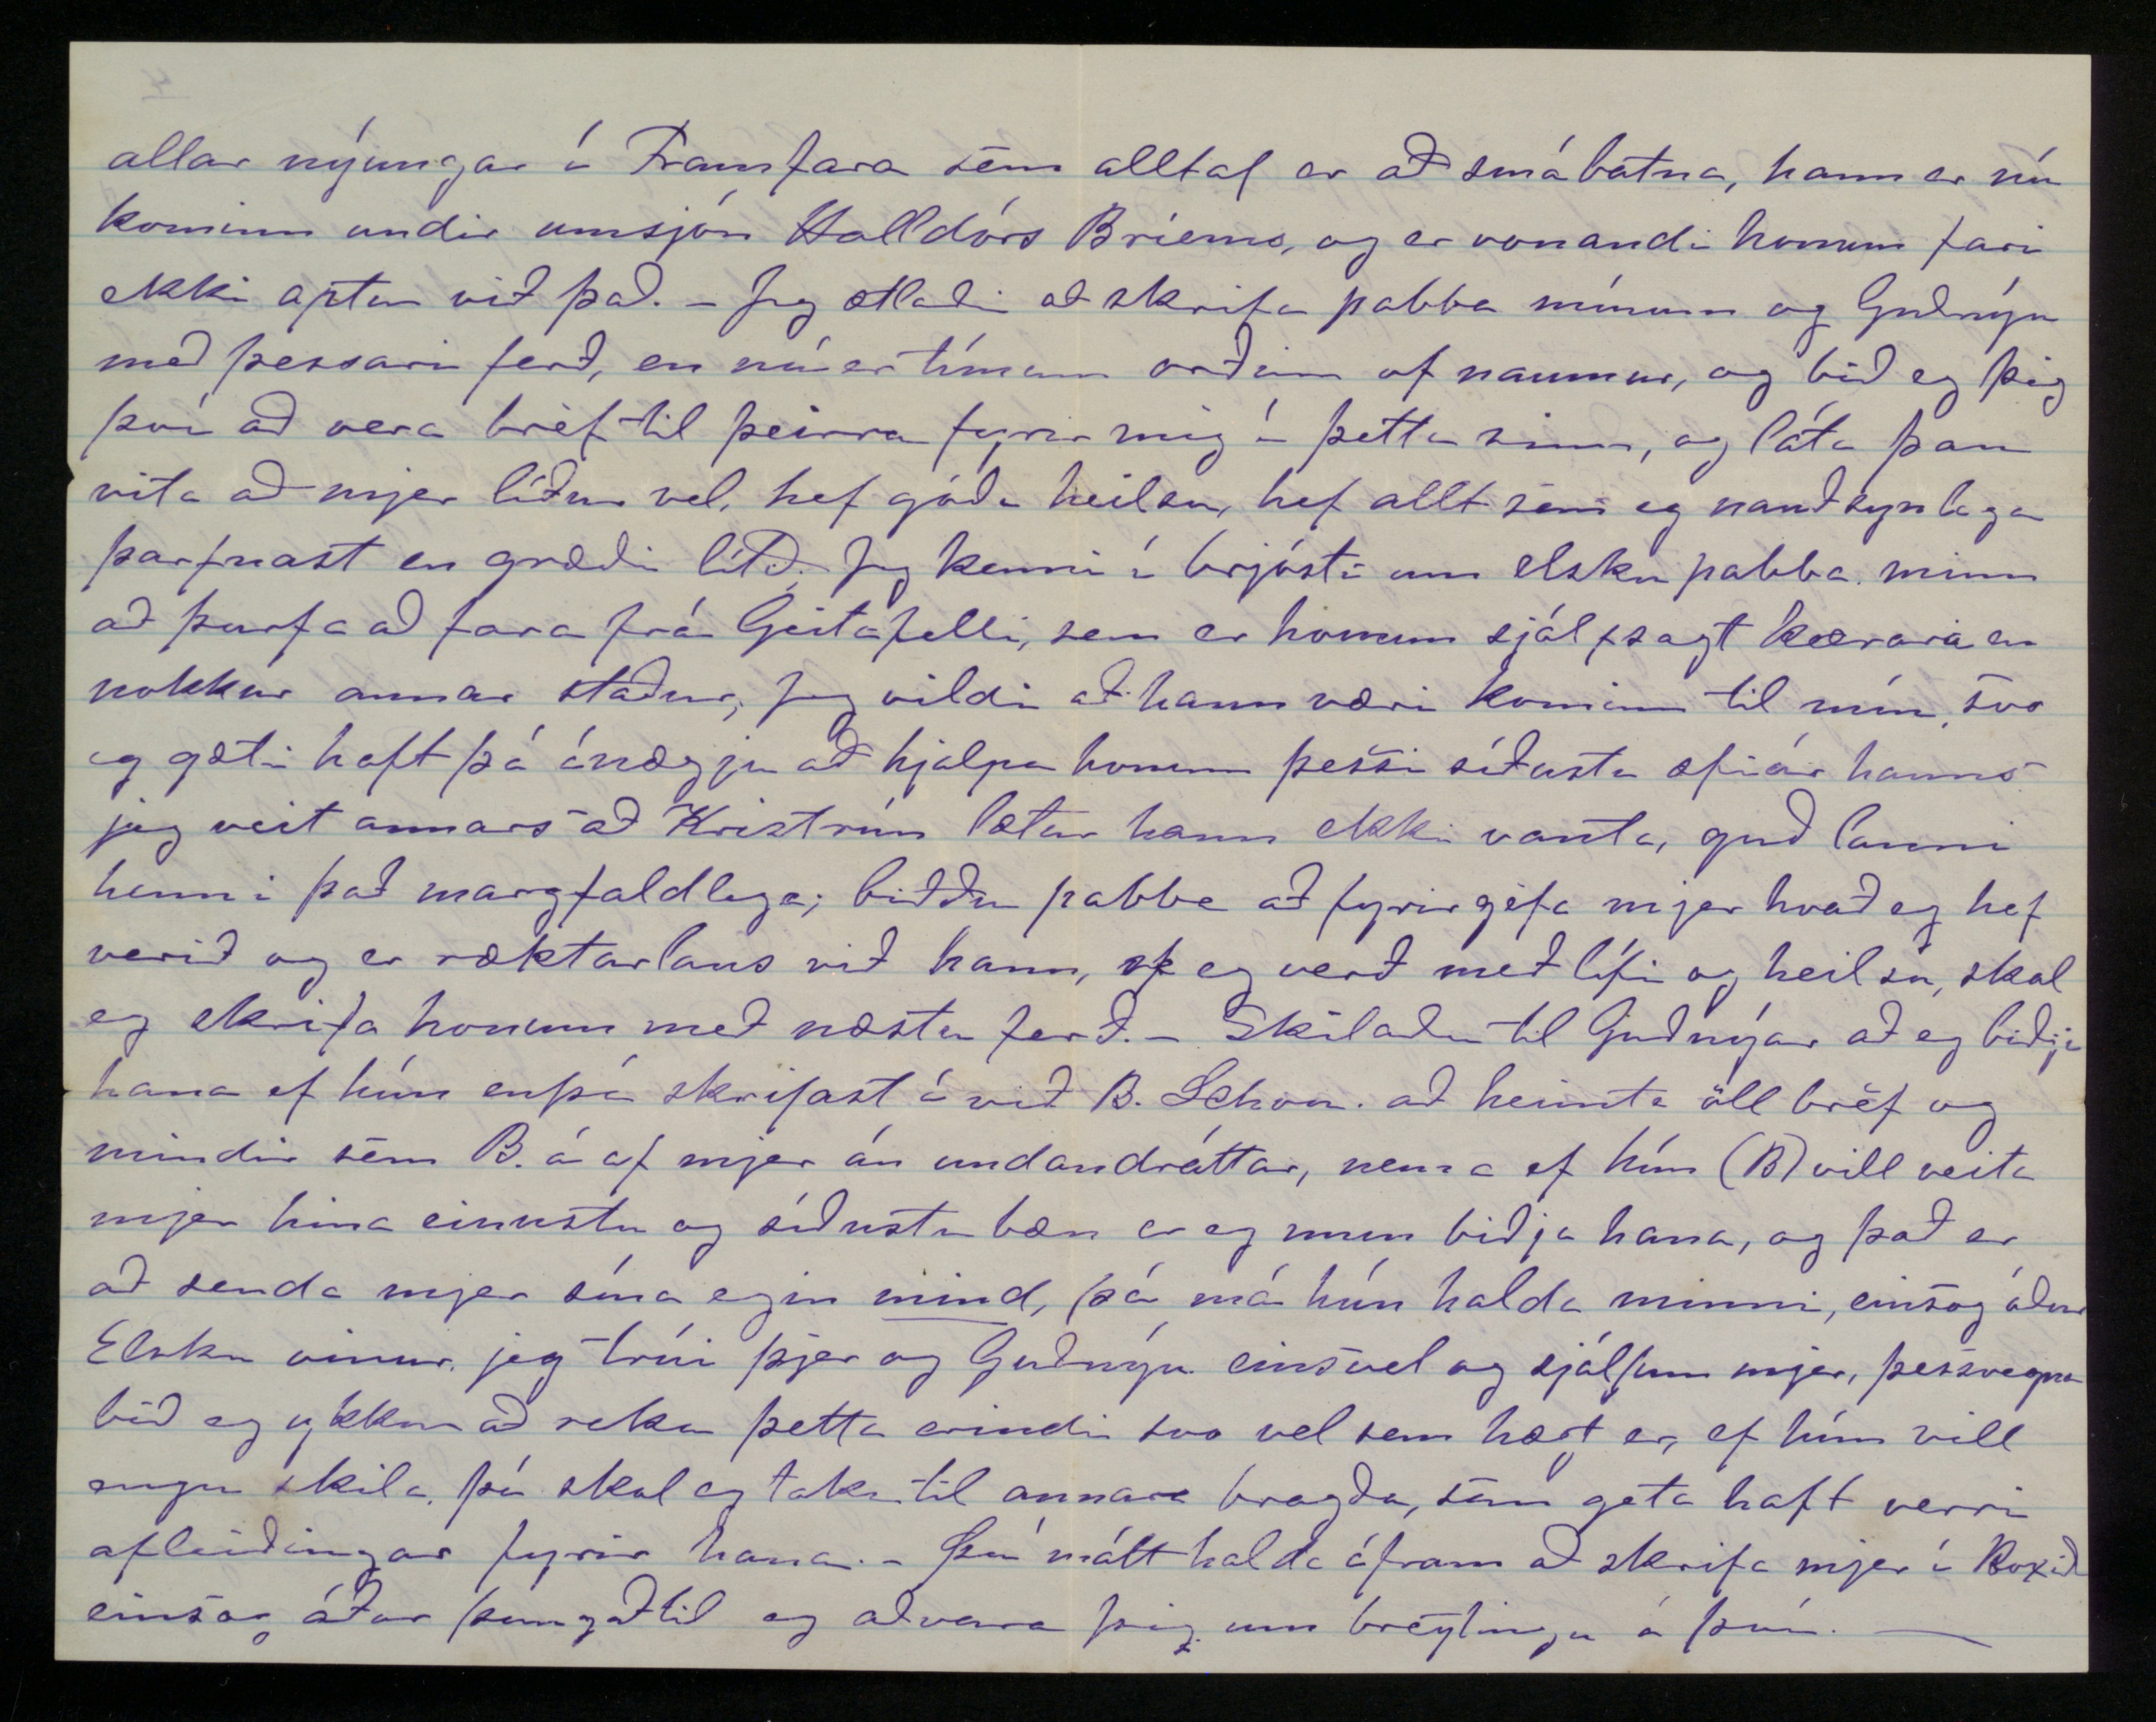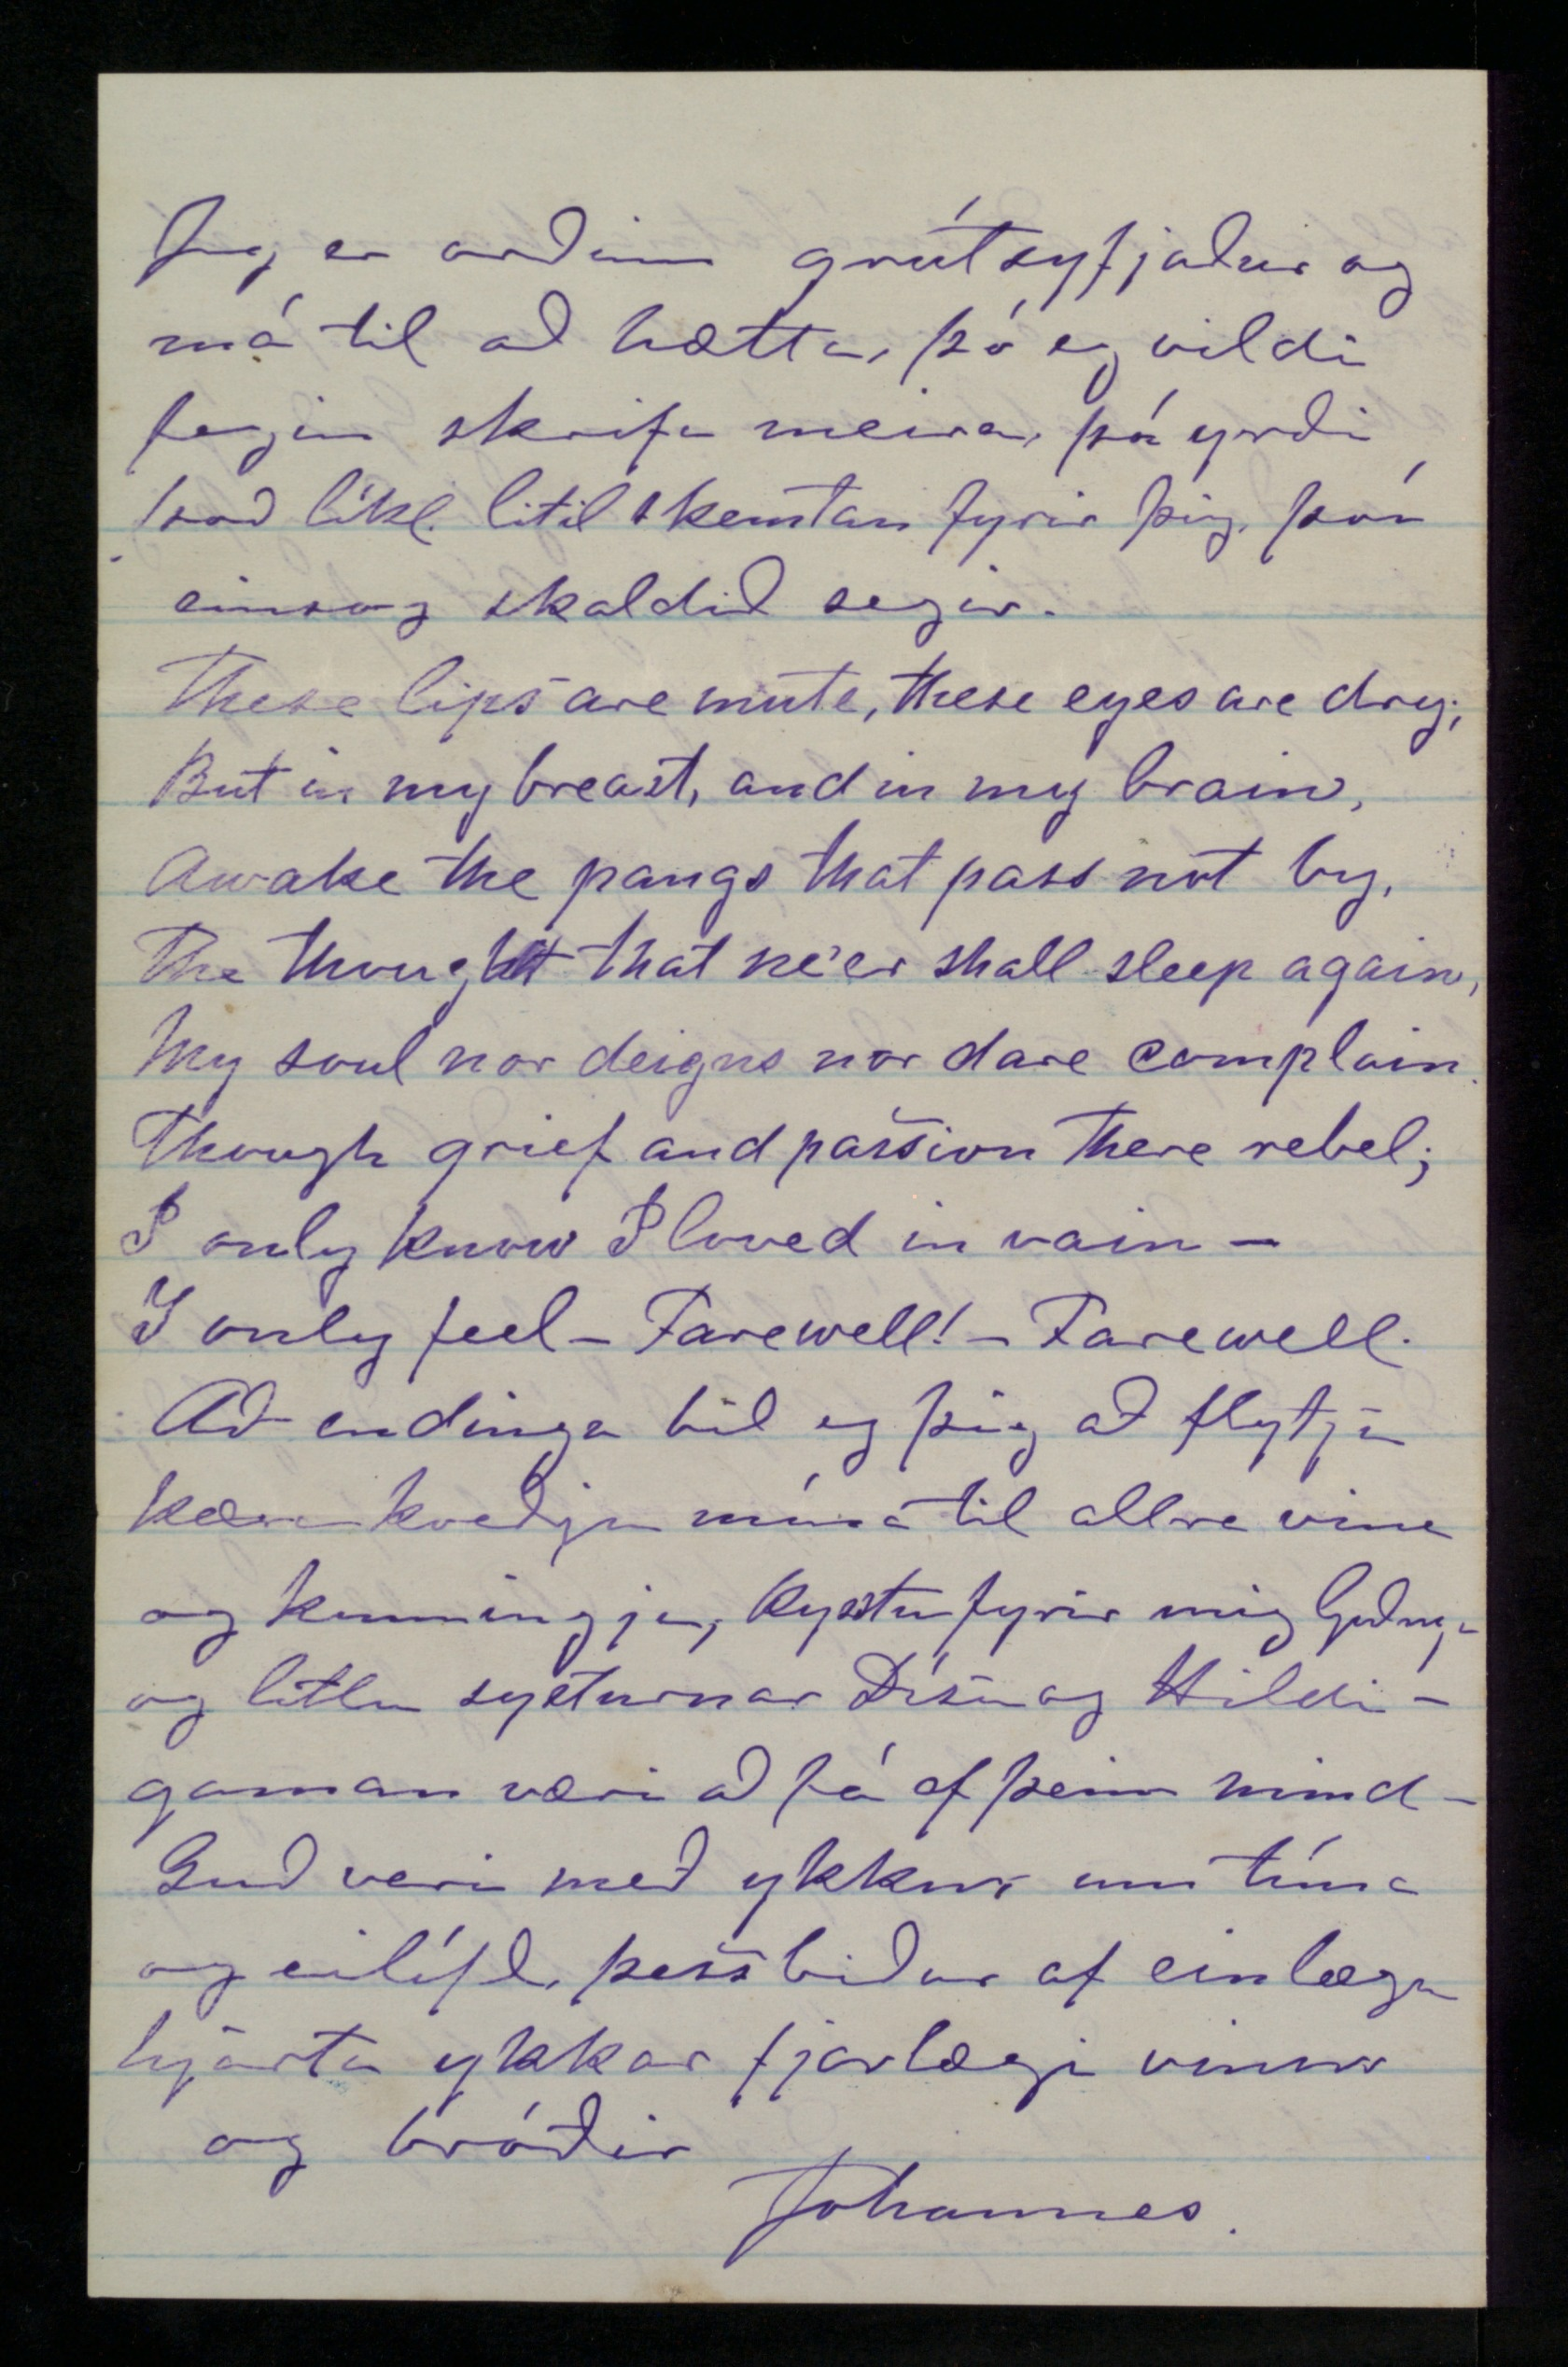

Box 89.
Milwaukee Wis Febr. 4.
th
78.
Elskulegi vinur!
Bestu hjartans þakkir áttu skilið af minni hálfu fyrir allt gott, en þó einkum fyrir trúfestu þína í að hætta ekki að skrifa mjer, þrátt fyrir alla þá ófyrirgefanlegu gleymsku og allt það vanþakklæti sem þú og aðrir vinir og vandamenn mínir hafa orðið að sæta af minni hendi hið síðastliðna ár. Jeg hef ekkert verulegt mjer til afsökunar nema ómennsku en þar eð þú hefur svo lítið af henni sjálfur, get eg varla slíkt til að þú takir hana fyrir góða vörn frá öðrum. - En jafnframt öllu þessu er samt eitt sem eg veit ekki hvernig þjer getur komið til hugar, og það er ef þú heldur að bréf þín sjeu mjer "óvelkomin". Nei! elsku vinur, jeg grátbæni þig að misskilja ekki þögn mína á þessa leið. þú og systir mín eruð hinar einustu sálir sem láta sig nokkuð um mig verða, hinir
seinustu vinir sem eg á eptir til að taka þátt í kjörum mínum, og því skyldi eg þá meðan annars er kostur, láta djöfulæði veraldarinnar hrifsa ykkur frá mjer. "No! not so long as this miserable heart moves within my breast, which it sometimes seems willing to burst." - Guði sje lof fyrir að þú veizt ekki af egin reynslu hvað það er að vera einn og vinalaus í fjarlægu landi, ef þú vissir það mundir þú ekki hafa látið þjer detta í hug aðrar eins tilgátur, þar þú líka virðist að hafa hugmind um að eitthvað hafi orðið á vegi mínum sem dregið gæti mig niður í skít og saurpytti veraldarinnar en nóg um þetta fyrirgefðu mjer hafi eg móðgað þig með þessum athugasemdum og jeg skal ekki framar láta mjer detta í hug þessi orð þín sem voru svo mátulega sár til að vekja mig til meðvitundar um skyldu mína við þig. En svo að þú ekki framvegis misskiljir mig, skal eg segja þjer að svo miklu leiti sem eg get hvernig mjer hefur
liðið
síðan eg skrifaði þjer síðast, sem líklega hefur verið frá Honey Creek fyrir rúmu ári síðan. (Rjett er nú sje eg í dagbók minni yfir 31
sta
Jan. 1877 að eg hef sent þjer bréf þann dag hjeðan frá Mil.) og þar eg þykist vita að í því hafi verið fregnir um hvernig atvikaðist um burtför mína frá Honey Creek, og fleira um það tímabil, þá ætla eg að byrja á því að 23
ja
Februar 77 vistaðist eg til Skotlendings hjer í bænum uppá heilt ár fyrir eina $100. og þótti það mjög lítið en eg var orðinn svo leiður á sífeldum flæking og ferðalagi, að eg tók þessu fegins hendi, því fremur sem þá var mjög íllt um atvinnu hvervetna hjer í kring; Vist þessi er nú bráðum á enda, og hlakka eg til að verða frjáls, að vísu hefur mjer liðið hjer vel hvað viðurværi og atlæti snertir, en vinnan er allt of hörð fyrir
svo lítið kaup því helfingur þess hlýtur að ganga í fatnað og skóleður. Skoti þessi sem eg vinn fyrir er fjarska ríkur og á mörg og stór hús hjer í borginni, hefur það verið helzta vinna mín að líta eptir að þau væru öllu í lagi, og endurbæta það er þurfti, svo sem setja rúður í glugga gjöra við skrár og lykla, hiðra um vatnaleiðslur pípur og ótal fleyra sem opt kallar að allt á sömu stunduni. Nú á seinni tíð hefur líka bettst á mig að kalla inn allar rentur fyrir húsin, og er það leiður starfi að vera tollheimtumaður. Sama daginn og eg fór í vistina gekk eg inní leynifjelag eitt sem er kallað "The Independent Order of Good Templars" fjelag þetta er að því leiti leynilegt að við höfum sjerstök merki og orð til að þekkja hver annan, og fá því engir aðrir en fjelagslimir að vera á fundum vorum sem haldnir eru
einu sinni í hverri viku, og þar eð eg á fjelagi þessu mikið gott upp að unna, þá ætla eg svo framarlega sem trúnaðar eiður minn leyfir að gefa þjer dálitla hugmind um hver að er tilgangur fjelags þessa, og hvað fram fer á fundum vorum. Einsog að nafnið bendir til er aðal augnamið fjelags þessa að stemma stigu fyrir nautn áfengra drykkja og endurreisa og liðsinna þeim sem hneigst hafa til þessa svívirðilega lösts, en þetta er ekki allt, við verðum einnig hátíðlega að lofa, alldrei að gjöra á hlut nokkurs af fjelagsbræðrum vorum, eða sjá gjört á hluta hanns, án þess með öllu leyfilegu móti að liðsinna honum og yfir höfuð í öllu að lifa eptir okkar "Motto" sem er "Faith. Hope and Charity" Hjer í borginni eru sjö fylkingar af fjelagi þessu, og hefur hver þeirra fund útaf fyrir sig, en þó getur hver sem tilheyrir fjelaginu verið á öllum
þeim fundum, því allir hafa sömu merki og sama inngangsorð, þessi inngangasorð (Pas-words) eru gefin til þriggja mánaða, eða rjettara sagt þeim er breitt einu sinni á hverjum þremur mánuðum, og þjena þau til að komast inná fundi fjelagsins, þannig: Jeg kem að dyrum á fundarhúsi og klappa eða slæ á hurðina með einkennilegu lagi, opnar þá hinn ytir dyravörður (Outside Guard) lítinn hlera á ofanverðri hurðinni, og leggur þar við eyra sitt, hvísla eg þá að honum
fyrri
helfingi inngangsorðsins og ef það er rjett lætur hann mig inn í forsalinn (Ante-room) þar set eg upp einkennisbúning fjelagsins sem er hvítur kragi með rauðri og blárri rós framan á brjóstinu, eptir það klappa eg á hinar innri dyr með sjerstöku lagi sem þar til heyrir, og kemur þá hinn irri vörður í ljós á sama hátt og hinn fyrri, hvísla eg að honum hinum síðari hlefing inngangs orðisns, og leyfir hann mjer svo inngöngu í fundarsaslinn þar verð eg að gjöra viss merki á miðju gólfi frammi fyrir hinum æðsta Embættismanni, áður en mjer er leyft að setjast niður, sömuleiðis ef eg vil fara út áður en fundi er slitið, þá verð eg að gjefa viss merki og orð, áður en mjer er leyft út. - Í hverri fylking (Lodge) eru 13 Embættismenn (Officers) og eru þeir kosnir til 3
ja
mánaða í senn, eg hef orðið svo frægur að lenda í tölu þeirra, fyrst var eg "Outside Guard" svo fjárhags skrifari, og nú er eg "Marshall". - Embættismenn þessir fá ekki annað í laun en virðing og þakklæti fjelagsbræðra sinna, ef þeir standa sig, og rauðan einkennisbúning með gullrósum á, og silfur ofnum stöfum er gefa til kynna embætti hvers útaf fyrir sig, svo sem: "W.M." fyrir "Worthy Marshall"
I fjelagi (reglu) þessu eru hinir beztu menn bæjarins, og yfir höfuð að tala er hinnar ströngustu siðavendni nákvæmlega gætt. Jeg get vel ímindað mjer að þjer sje nú farið að leiðast margmælgi mín um fjelag þetta, en áður en eg hætti fullvissa eg þig um, að alúð og hluttekning ýmsra fjelagsbræðra minna hefur á síðastliðnu ári, verið mjer ómetanlegur fjársjóður, Jeg vildi bara óska að þú værir kominn til mín eitthvert fundarkvöld "so that you could see the heaven-born Charity which shines from the faces of those men and women, whose hearts and hands are ever open to lift up those who have sunk low, on the scale of human degradation, and restore them to friends and society as well as to save the pure and virtous from ever falling into the snares of the tempter".
þú spyrð um hvað eg hafi fengið af bréfum að heiman nú á seinni tíð, og er það fljótsagt því nú uppí heilt ár hefi eg ekki fengið línu frá nokkurri sál á Íslandi nema þjer og einn miða frá Ninnu systur að undanskildum seðli þeim er Guðný geymdi í allan fyrravetur og ekki náði til mín fyren seint í September næstl. og þó mjer kæmi nokkurn veginn á óvart innihald hanns þá hefði hann samt betur koomið fyrri, "for there is no Hell so dark as doubt, not even that desolate and empty gloom of wrecked hopes". - Í fyrra haust mig minnir í October (1876) - fékk eg bref frá B. og var það einsog önnur undanfarinn "perfumed from beginning to end with the sweetest fragrance of innocense and love, that was ever used to disguise the
develish
frown of
lie
and
deception
. but, alas! I
am not going to blame her, for perhaps she was forced to do so" - Svo leið og beið eg
fekk
ekkert svar þartil í haust að þetta brjef kom sem B. segist hafa sent G. systir og hún hafi haldið því hjá sjer í allan fyrravetur og síðan sent það til baka, brjef þetta hefur hún sjálf skrifað með skjálfandi hendi en er því líkast að hún hafi sjálf ekki stílað því víða er strikað út með öðruvísi litu bleki og á endanum eru fleyri línur alveg viskaðar burt, jeg ætla ekki að lýsa seðli þessum meir en búið er, því hann var í öllu svo fjarstæður hinu
sanna
og
góða
sem orðið gat og hið versta af öllu er að hún fyrirbýður mjer að skrifa sjer nokkurntíma framar, því í öllufalli þarf eg að
fá
bréf mín og mindir tilbaka og sömuleiðis vita hvað orðið hefur af vegabréfi sem eg sendi henni að Hallfreðarstöðum og átti að hafa náð þangað áður hún fór suður vegabréf þetta kostaði mig ærna peninga, og þykir mjer illt að eg var svo heimskur að senda það Eg er nærri fullviss um að gamla Björg hefur haft einhvern til að stela bréfum þeim er eg sendi eptir að hún fór austur, hún hefur alldrei minnst á vegabrefið, sem jeg ætlaðist að kæmi henni ávart og að hún notaði það strax og hún kæmi til Reykjavíkur, þar hún hefði látið í ljósi heitar óskir um tækifæri til að komast undan áþján ættingja sinna, sem alltaf álösuðu henni fyrir mína skuld, En nú hafa þeir borið sigur úr býtum. Guð gæfi að það yrði henni til hamingju. - Jeg gjet ekki neitað að mjer hefur fundist hinir síðastliðnu 5 mánuðir vera
botn í búskapinn í Islandi og leita "to the land of the stranger and the home of the free?" og hvað segir systir mín um þessháttar? - samt ef ykkur getur liðið vel heima, þá er vitleysa að róta sjer, því betri er ein kráka í hendi en tvær í skógi, "and there is no place like Home." - Af almennum frjettum veit eg fátt að segja þjer uppskera var hjer í besta lagi næstliðið sumar og tíðarfar allt til þessa hið blíðasta, tvisvar hefur komið lítið föl og tekið jafn skjótt aptur, og nú eru þýður á hverjum degi en væg frost um nætur; íllt hefur verið um atvinnu hjer í vetur mest vegna snjóleysis, því í furuskógunum hefur ekkert orðið unnað af því sleðafæri vantar til að draga viðinn niðurað ánum sem á vorin flytja hann að sögunarmillunum. Af nýja Íslandi sjerðu
allar nýungar í Framfara sem alltaf er að smábatna, hann er nú kominn undir umsjón Halldórs Briems og er vonandi honum fari ekki aptur við það. - Jeg ætlaði að skrifa pabba mínum og Guðnýu með þessari ferð, en nú er tíminn orðinn of naumur, og bið eg þig því að vera bréf til þeirra fyrir mig í þetta sinn, og láta þau vita að mjer líður vel, hef góða heilsu, hef allt sem eg nauðsynlega þarfnast en græði lítið. Jeg kenni í brjósti um elsku pabba minn að þurfa að fara frá Geitafelli, sem er honum sjálfsagt kærari en nokkur annar staður, Jeg vildi að hann væri kominn til mín svo eg gæti haft þá ánægju að hjalpa honum þessi síðustu æfiár hanns jeg veit annars að Kristrún lætur hann ekki vanta, guð launi henni það margfaldlega, biddu pabba að fyrirgefa mjer hvað eg hef verið og er ræktarlaus við hann, ef eg verð með lífi og heilsu skal eg skrifa honum með næstu ferð. - Skilaðu til Guðnýar að eg biðji hana ef hún enþá skrifast á við B.
Schon.
að heimta öll bréf og mindir sem B. á af mjer án undandráttar, nema ef hún (B) vill veita mjer hina einustu og síðustu bæn er eg mun biðja hana, og það er að senda mjer sína egin
mind
, þá má hún halda minni, einsog áður Elsku vinur, jeg trúi þjer og Guðnýu eins vel og sjálfum mjer, þessvegna bið eg ykkur að reka þetta erindi svo vel sem hægt er, ef hún vill engu skila, þá skal eg taka til annars bragða, sem geta haft verri afleiðingar fyrir hana. - Þú mátt halda áfram að skrifa mjer í Boxið einsog áður þangaðtil eg aðvara þig um breytingar á því. -
Jeg er orðinn grútsyfjaður og má til að hætta, þó eg vildi feginn skrifa meira, þá yrði það líkl. lítil skemtun fyrir þig, því einsog skaldið segir.
These lips are mute, these eyes are dry,
but in my breast and in my brain
Awake the pangs that pass not by,
The thought that ne'er shall sleep again,
My soul nor seigns nor dare complain.
Through grief and passion there rebel;
I only know I loved in vain -
I only fell - Farewell! - Farewell.
Að endingu bið eg þig að flytja kæra kveðju mína til allra vina og kunningja, kysstu fyrir mig Guðnyu og litlu systurnar Dísu og Hildi - gaman væri að fá af þeim mind -
Guð veri með ykkur um tíma og eilífð, þess biður af einlægu hjarta ykkar fjarlægi vinur og bróðir
Johannes.